Bréfritari: Þórarinn Stefánsson
Dagsetning: A-1918-09-28
Skrifað á: Vesturheimi

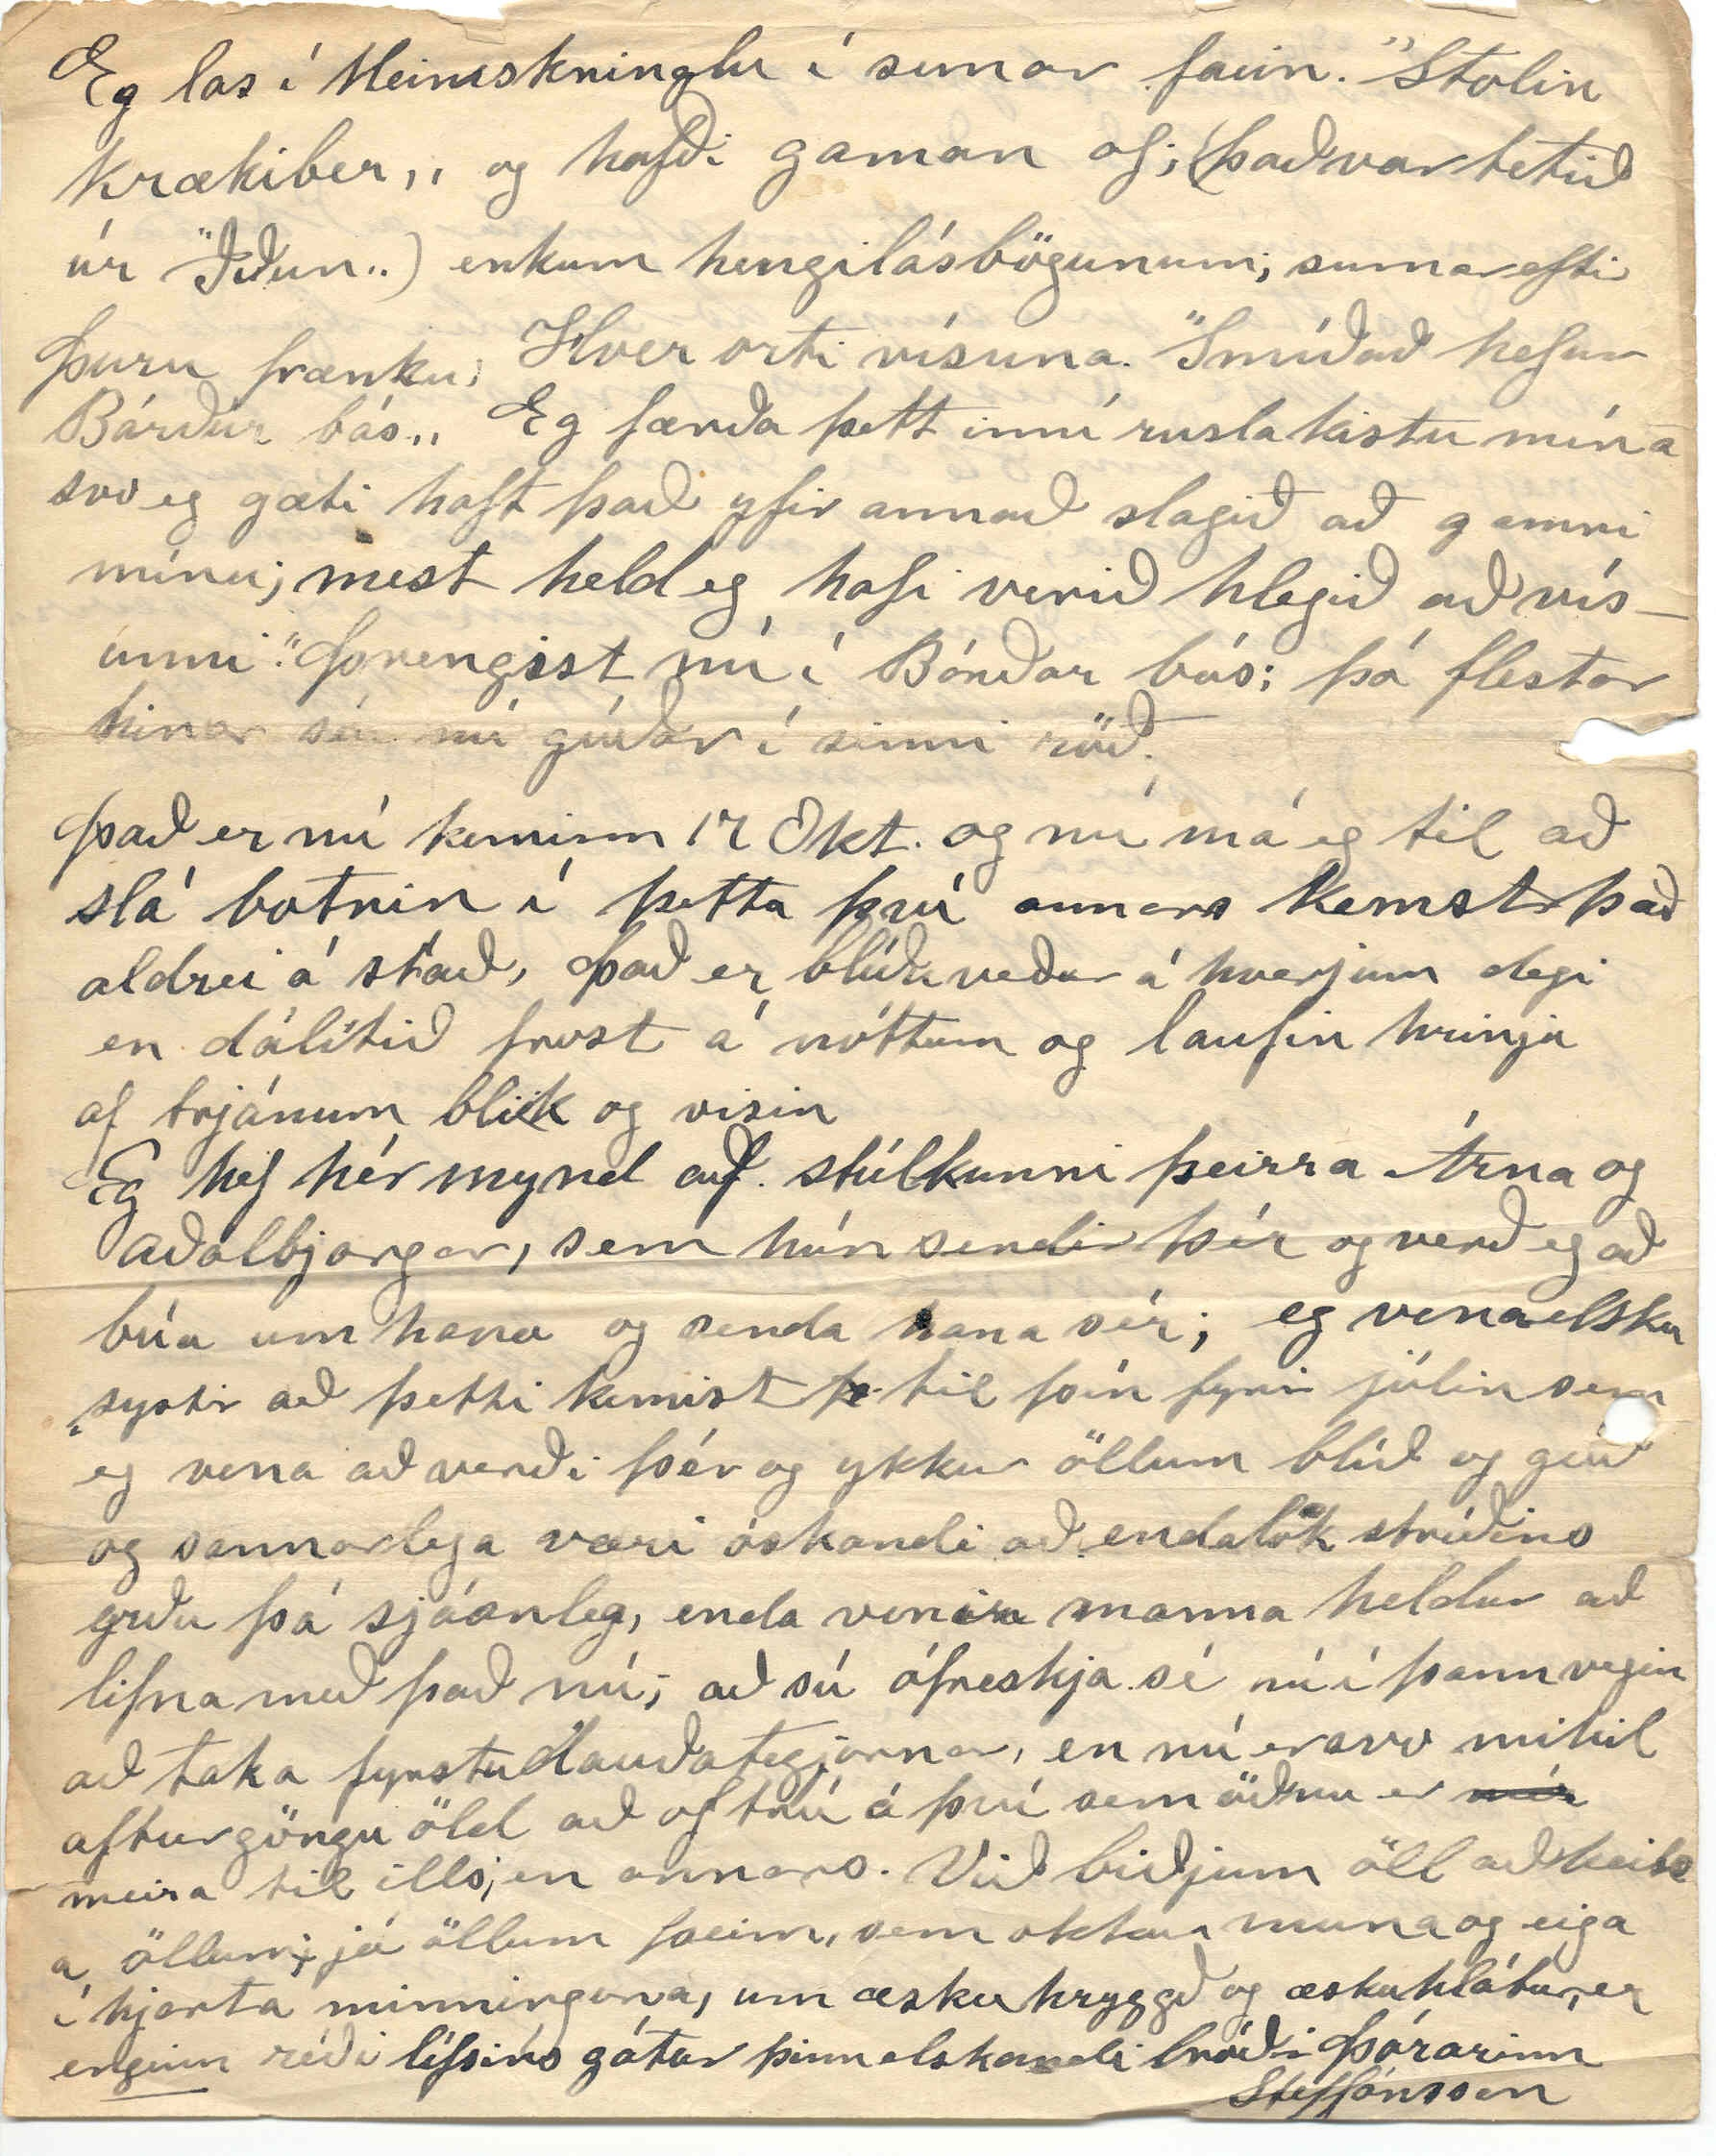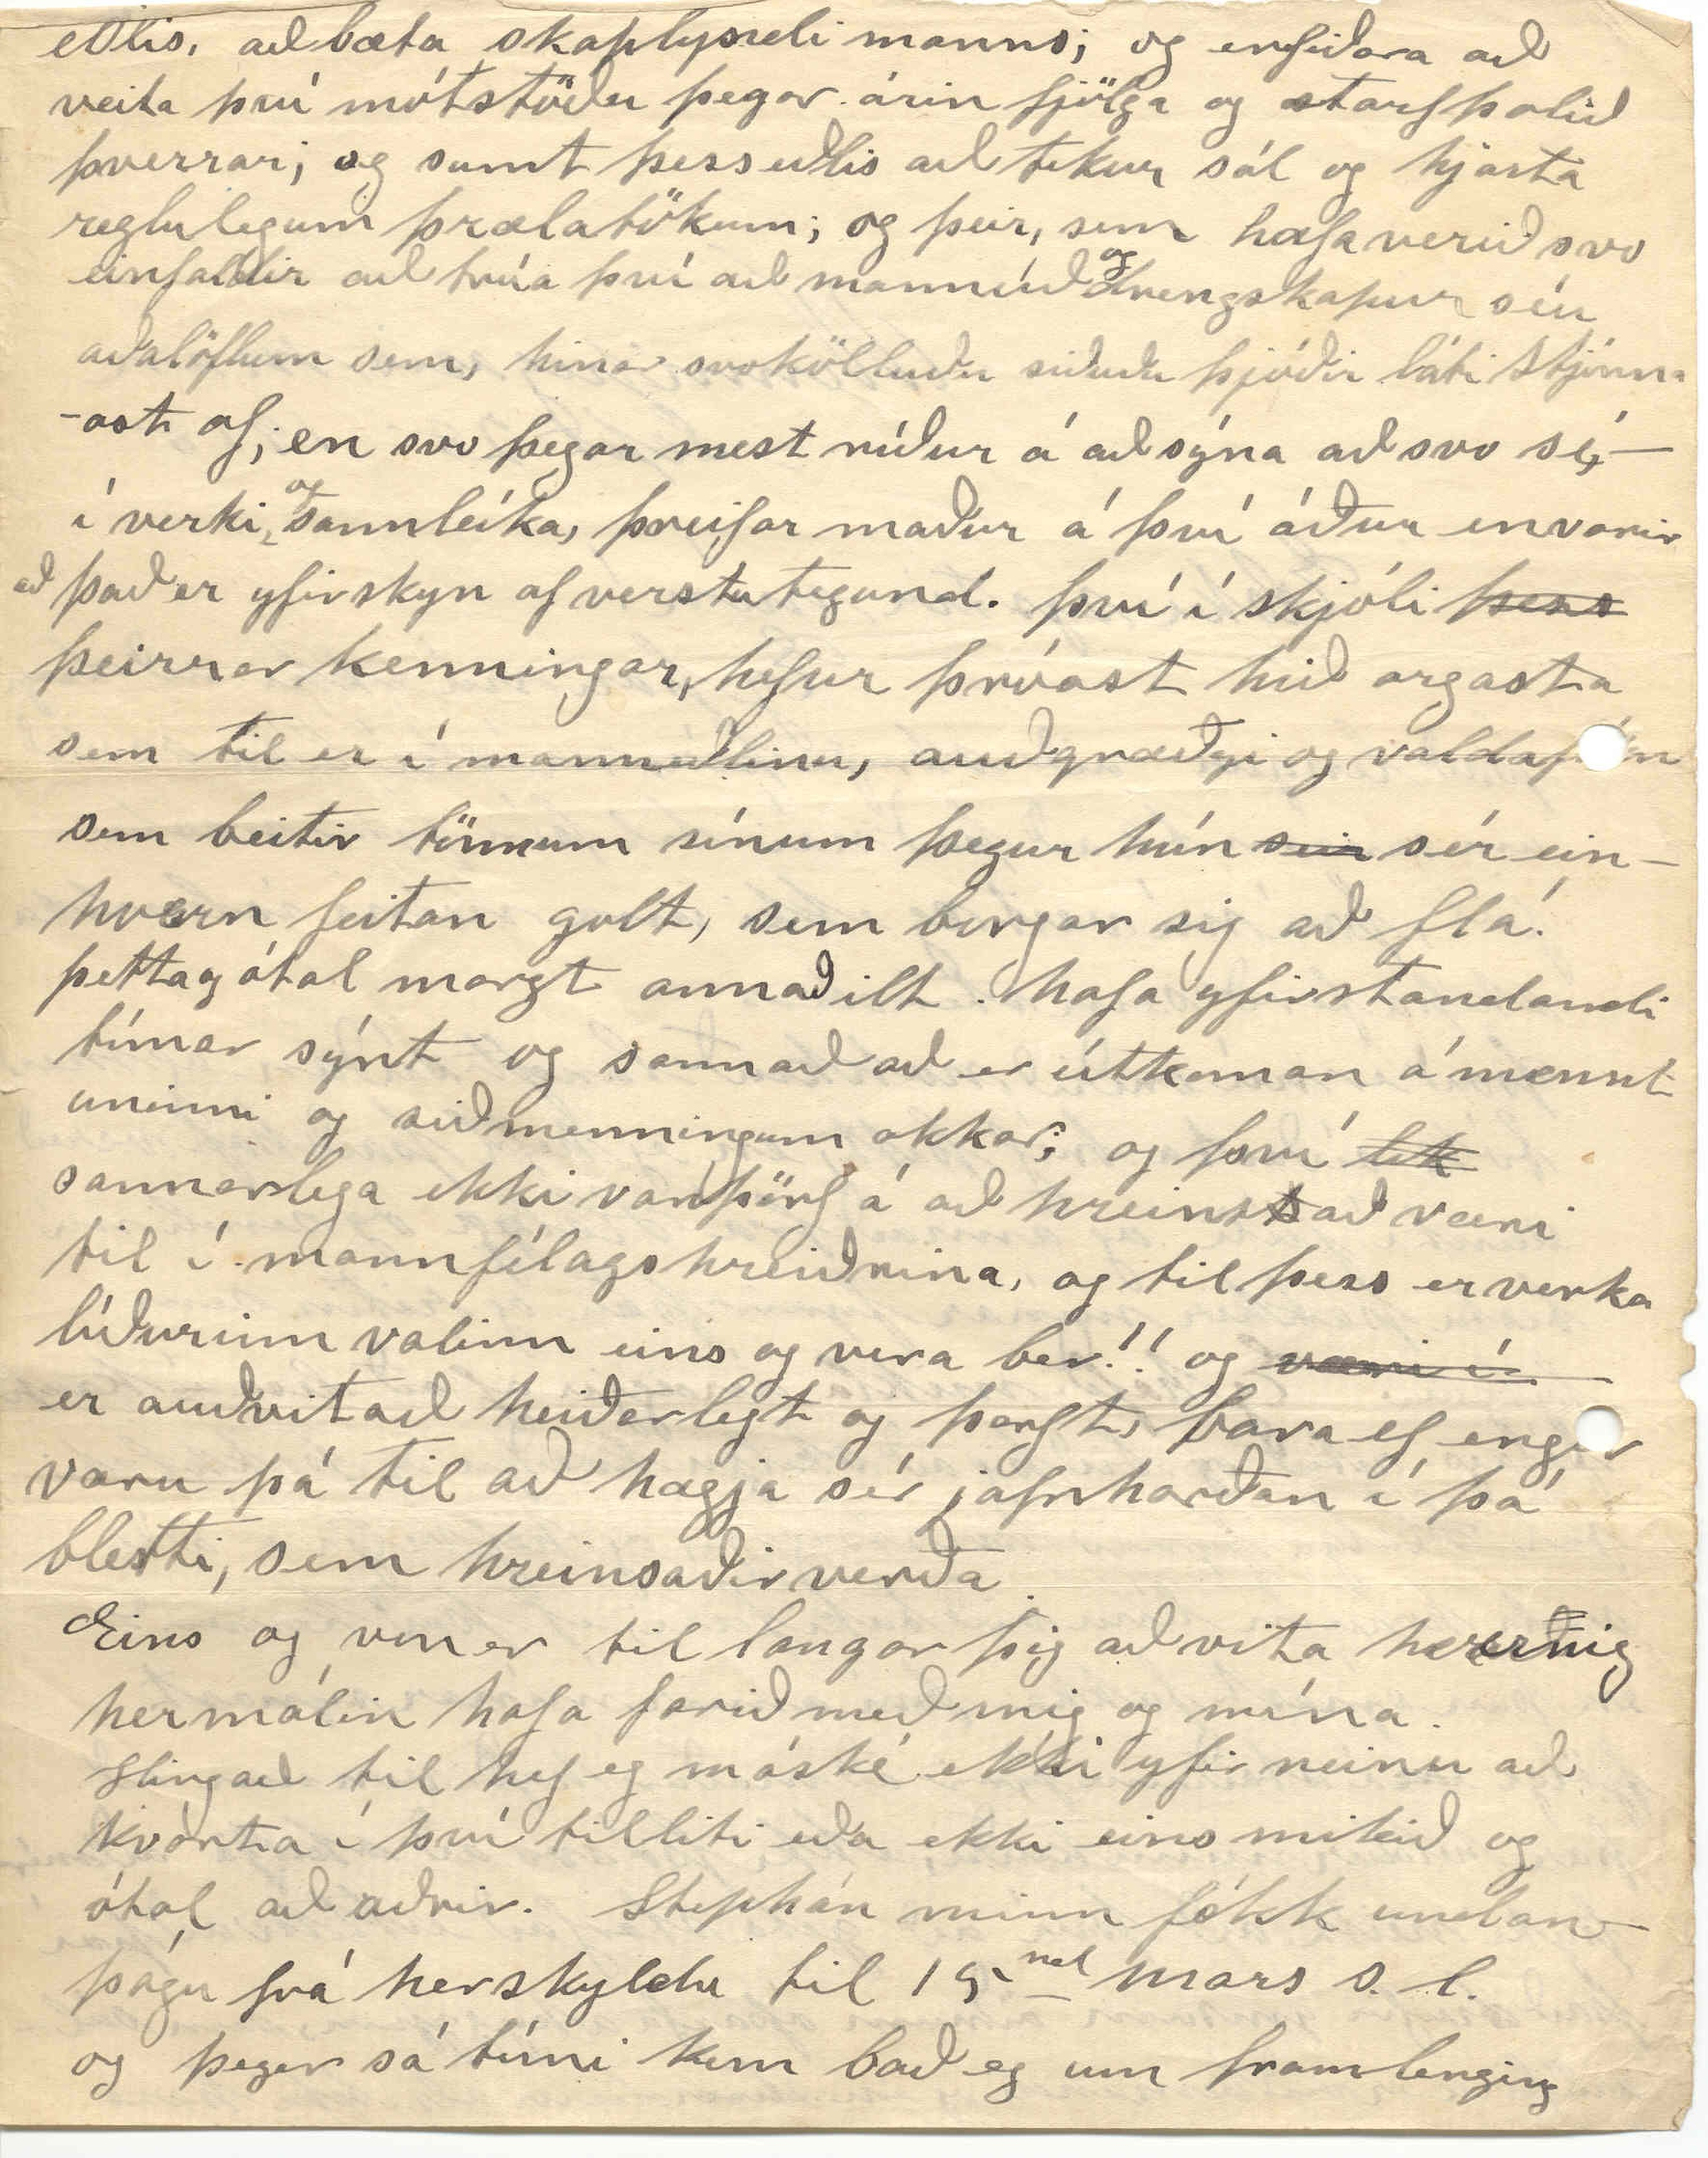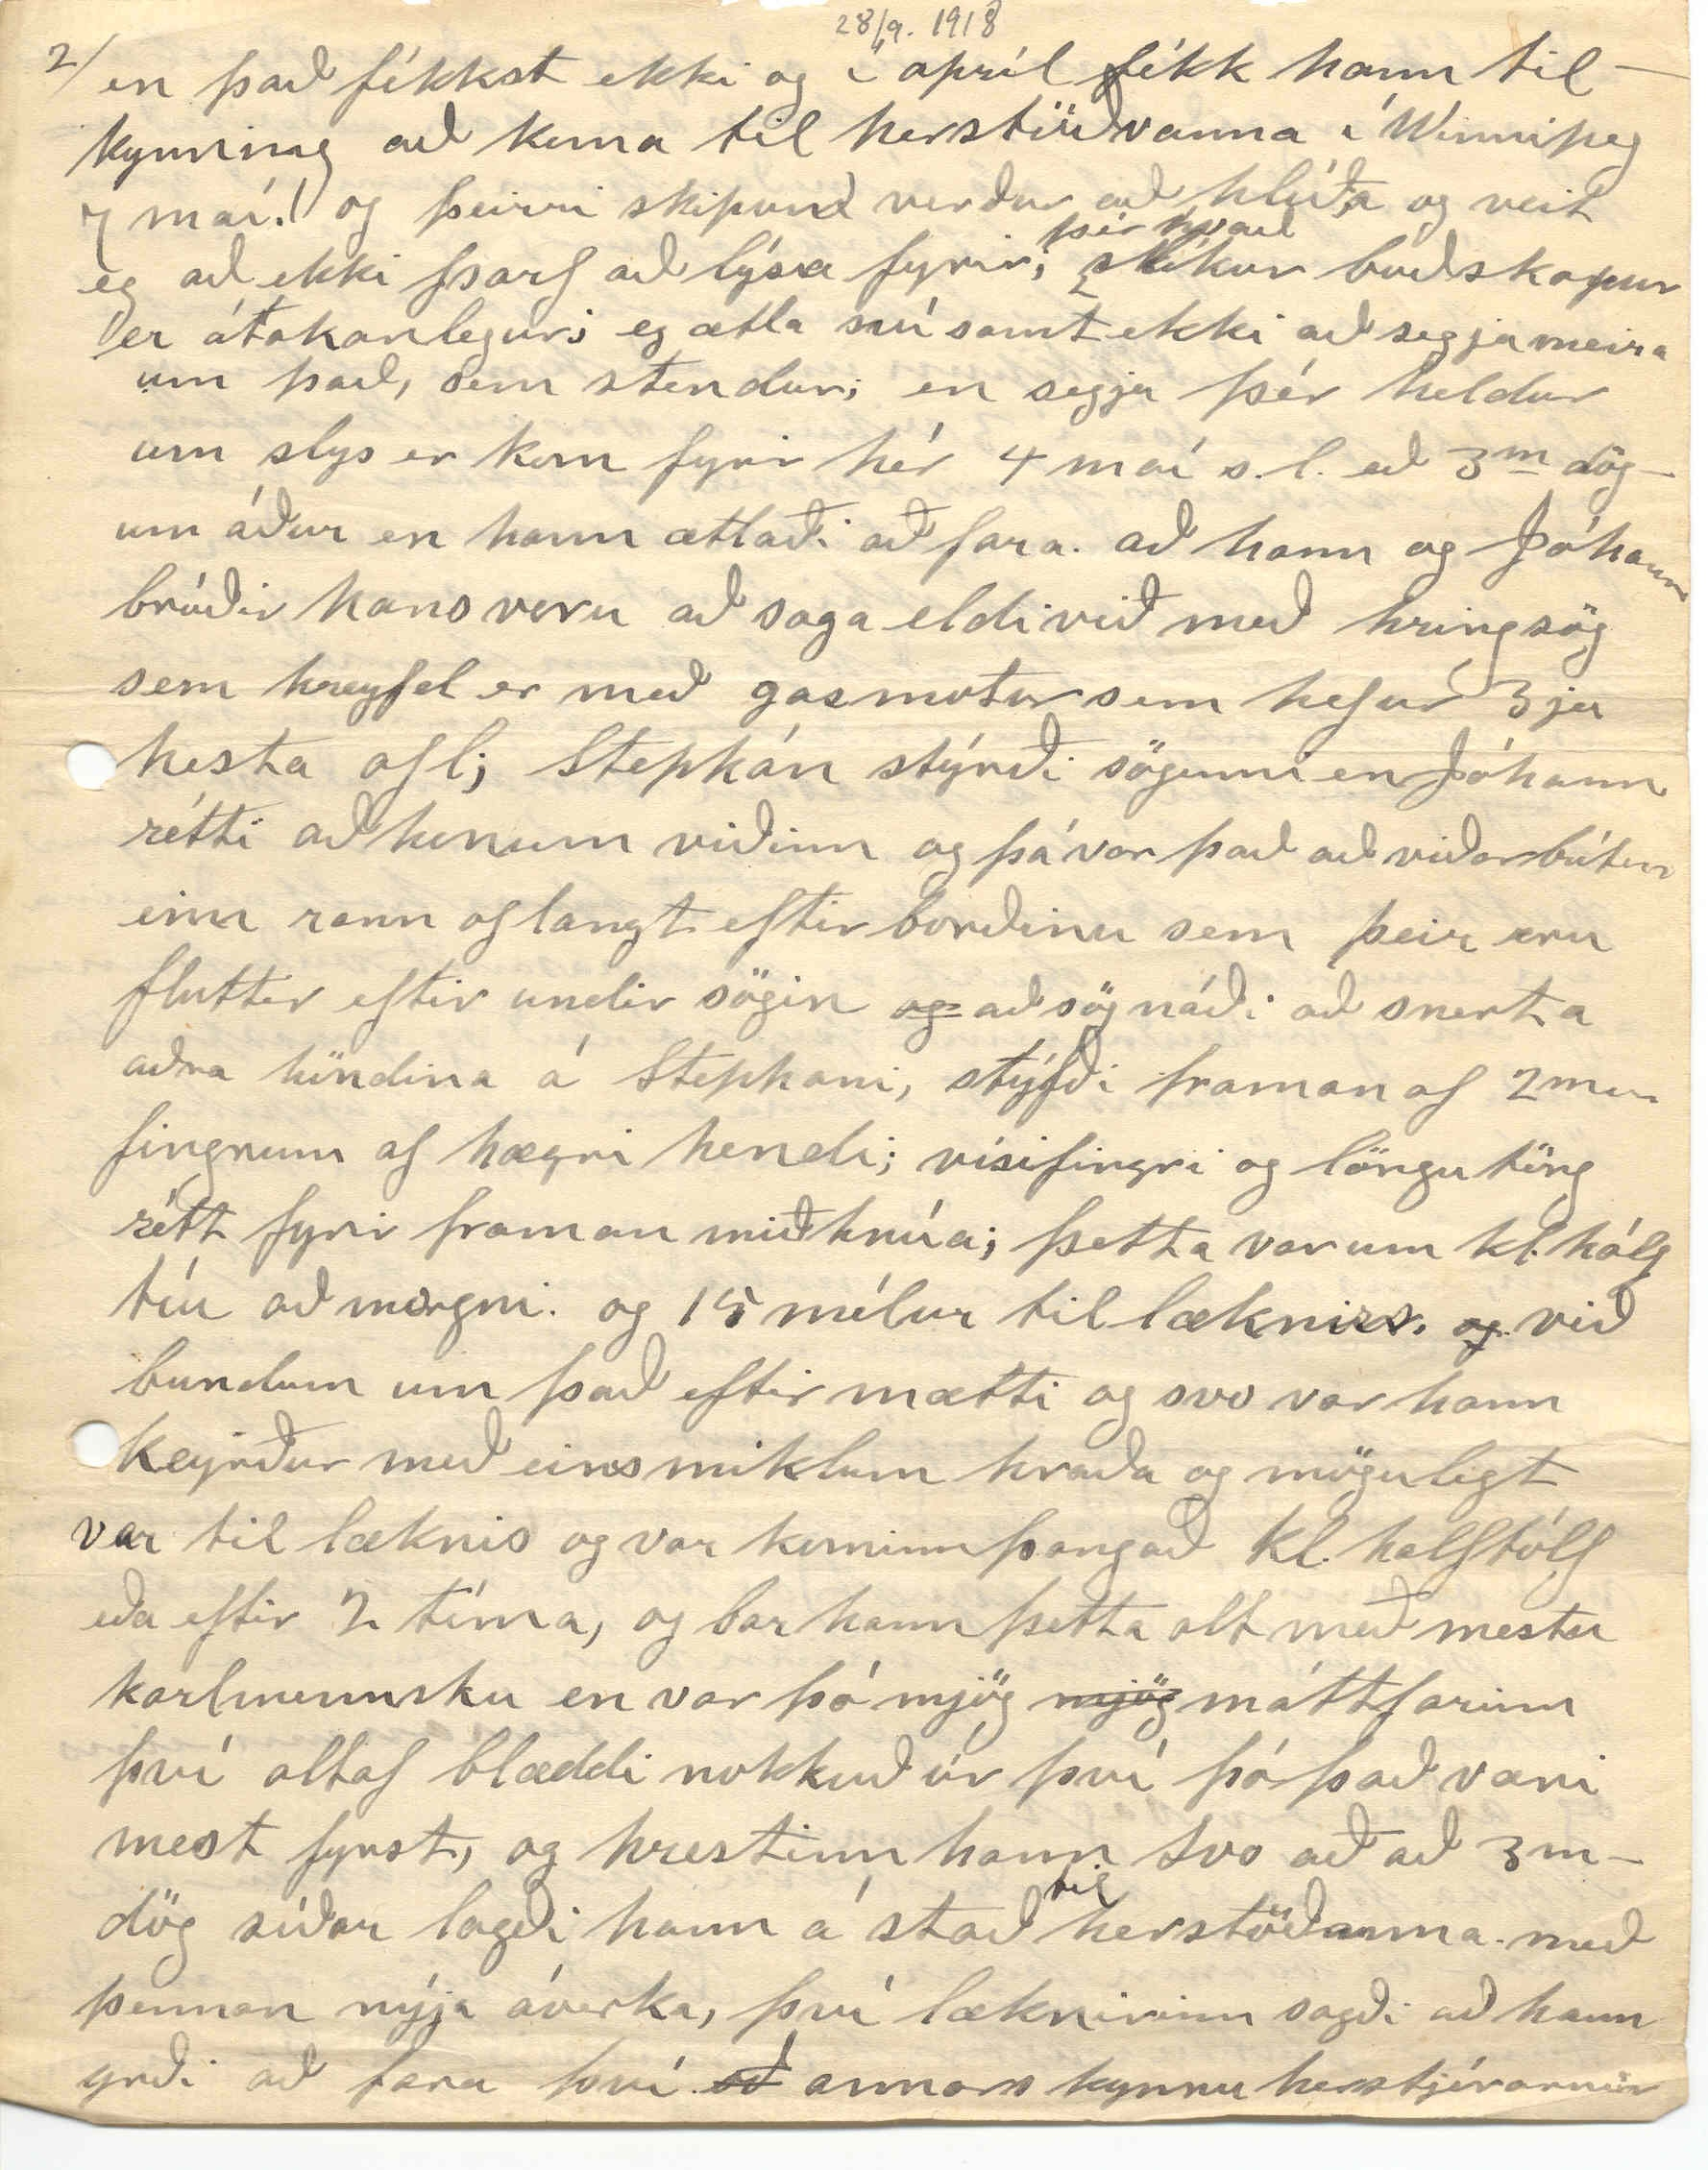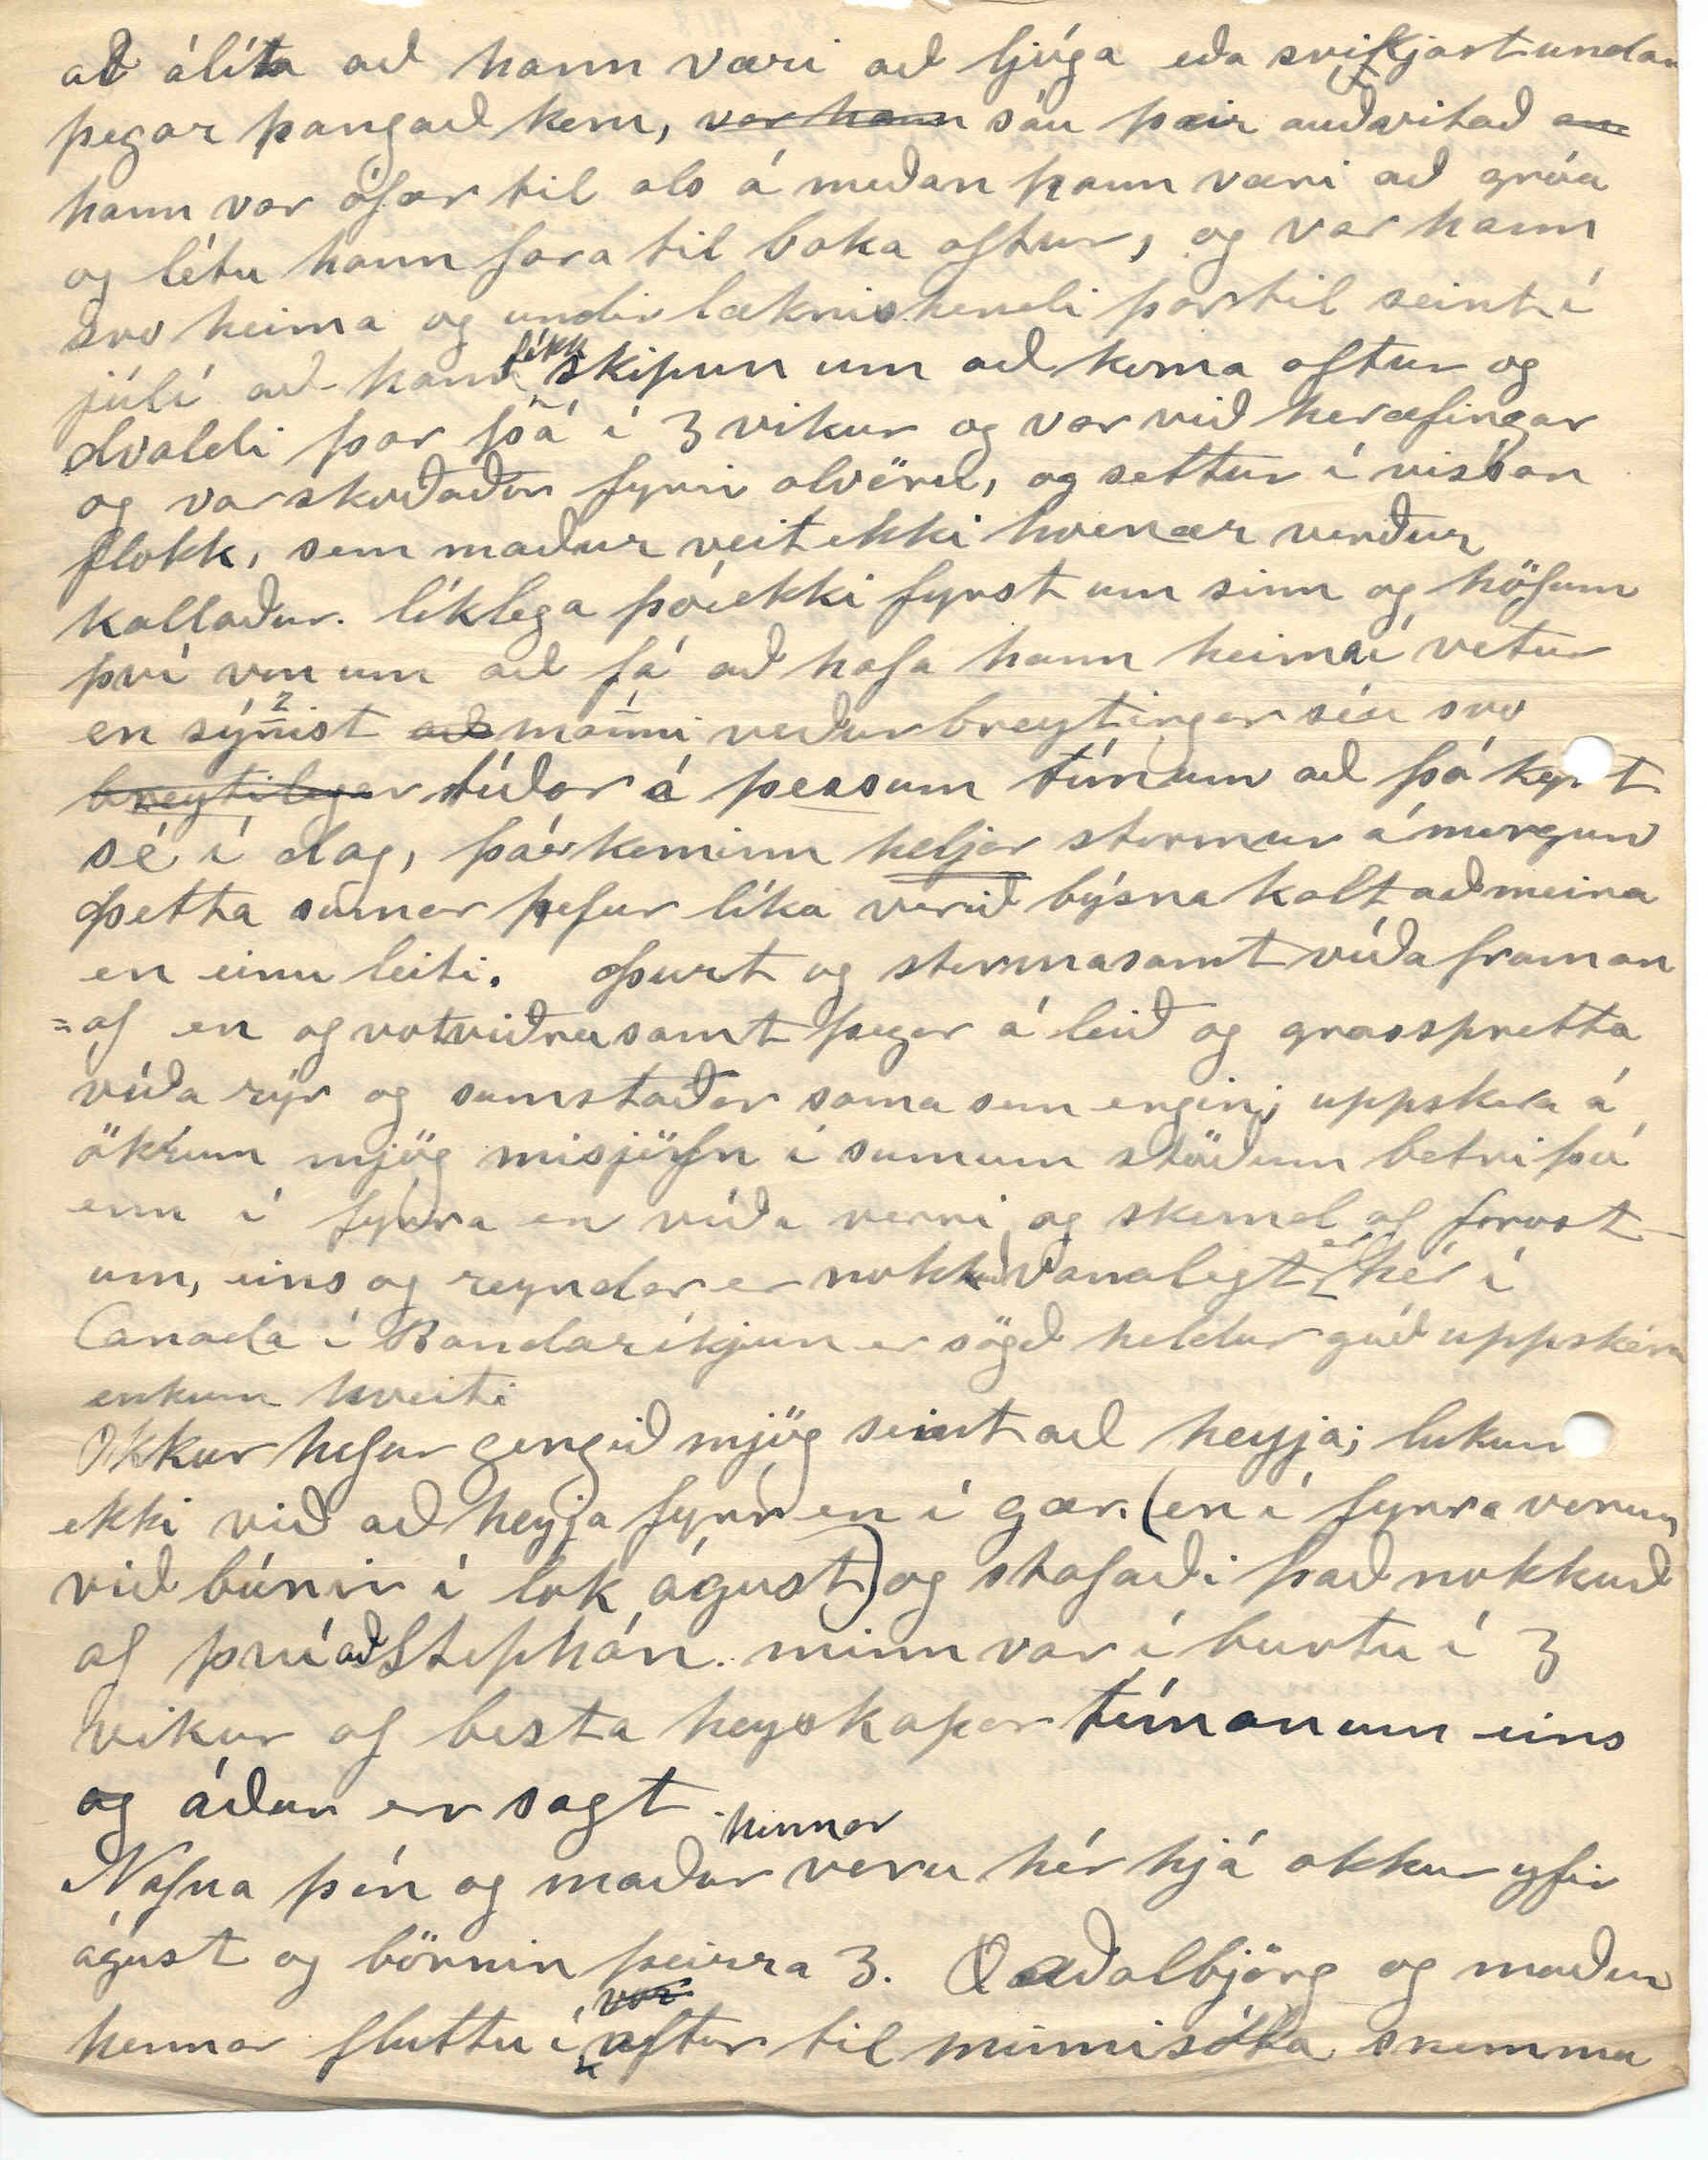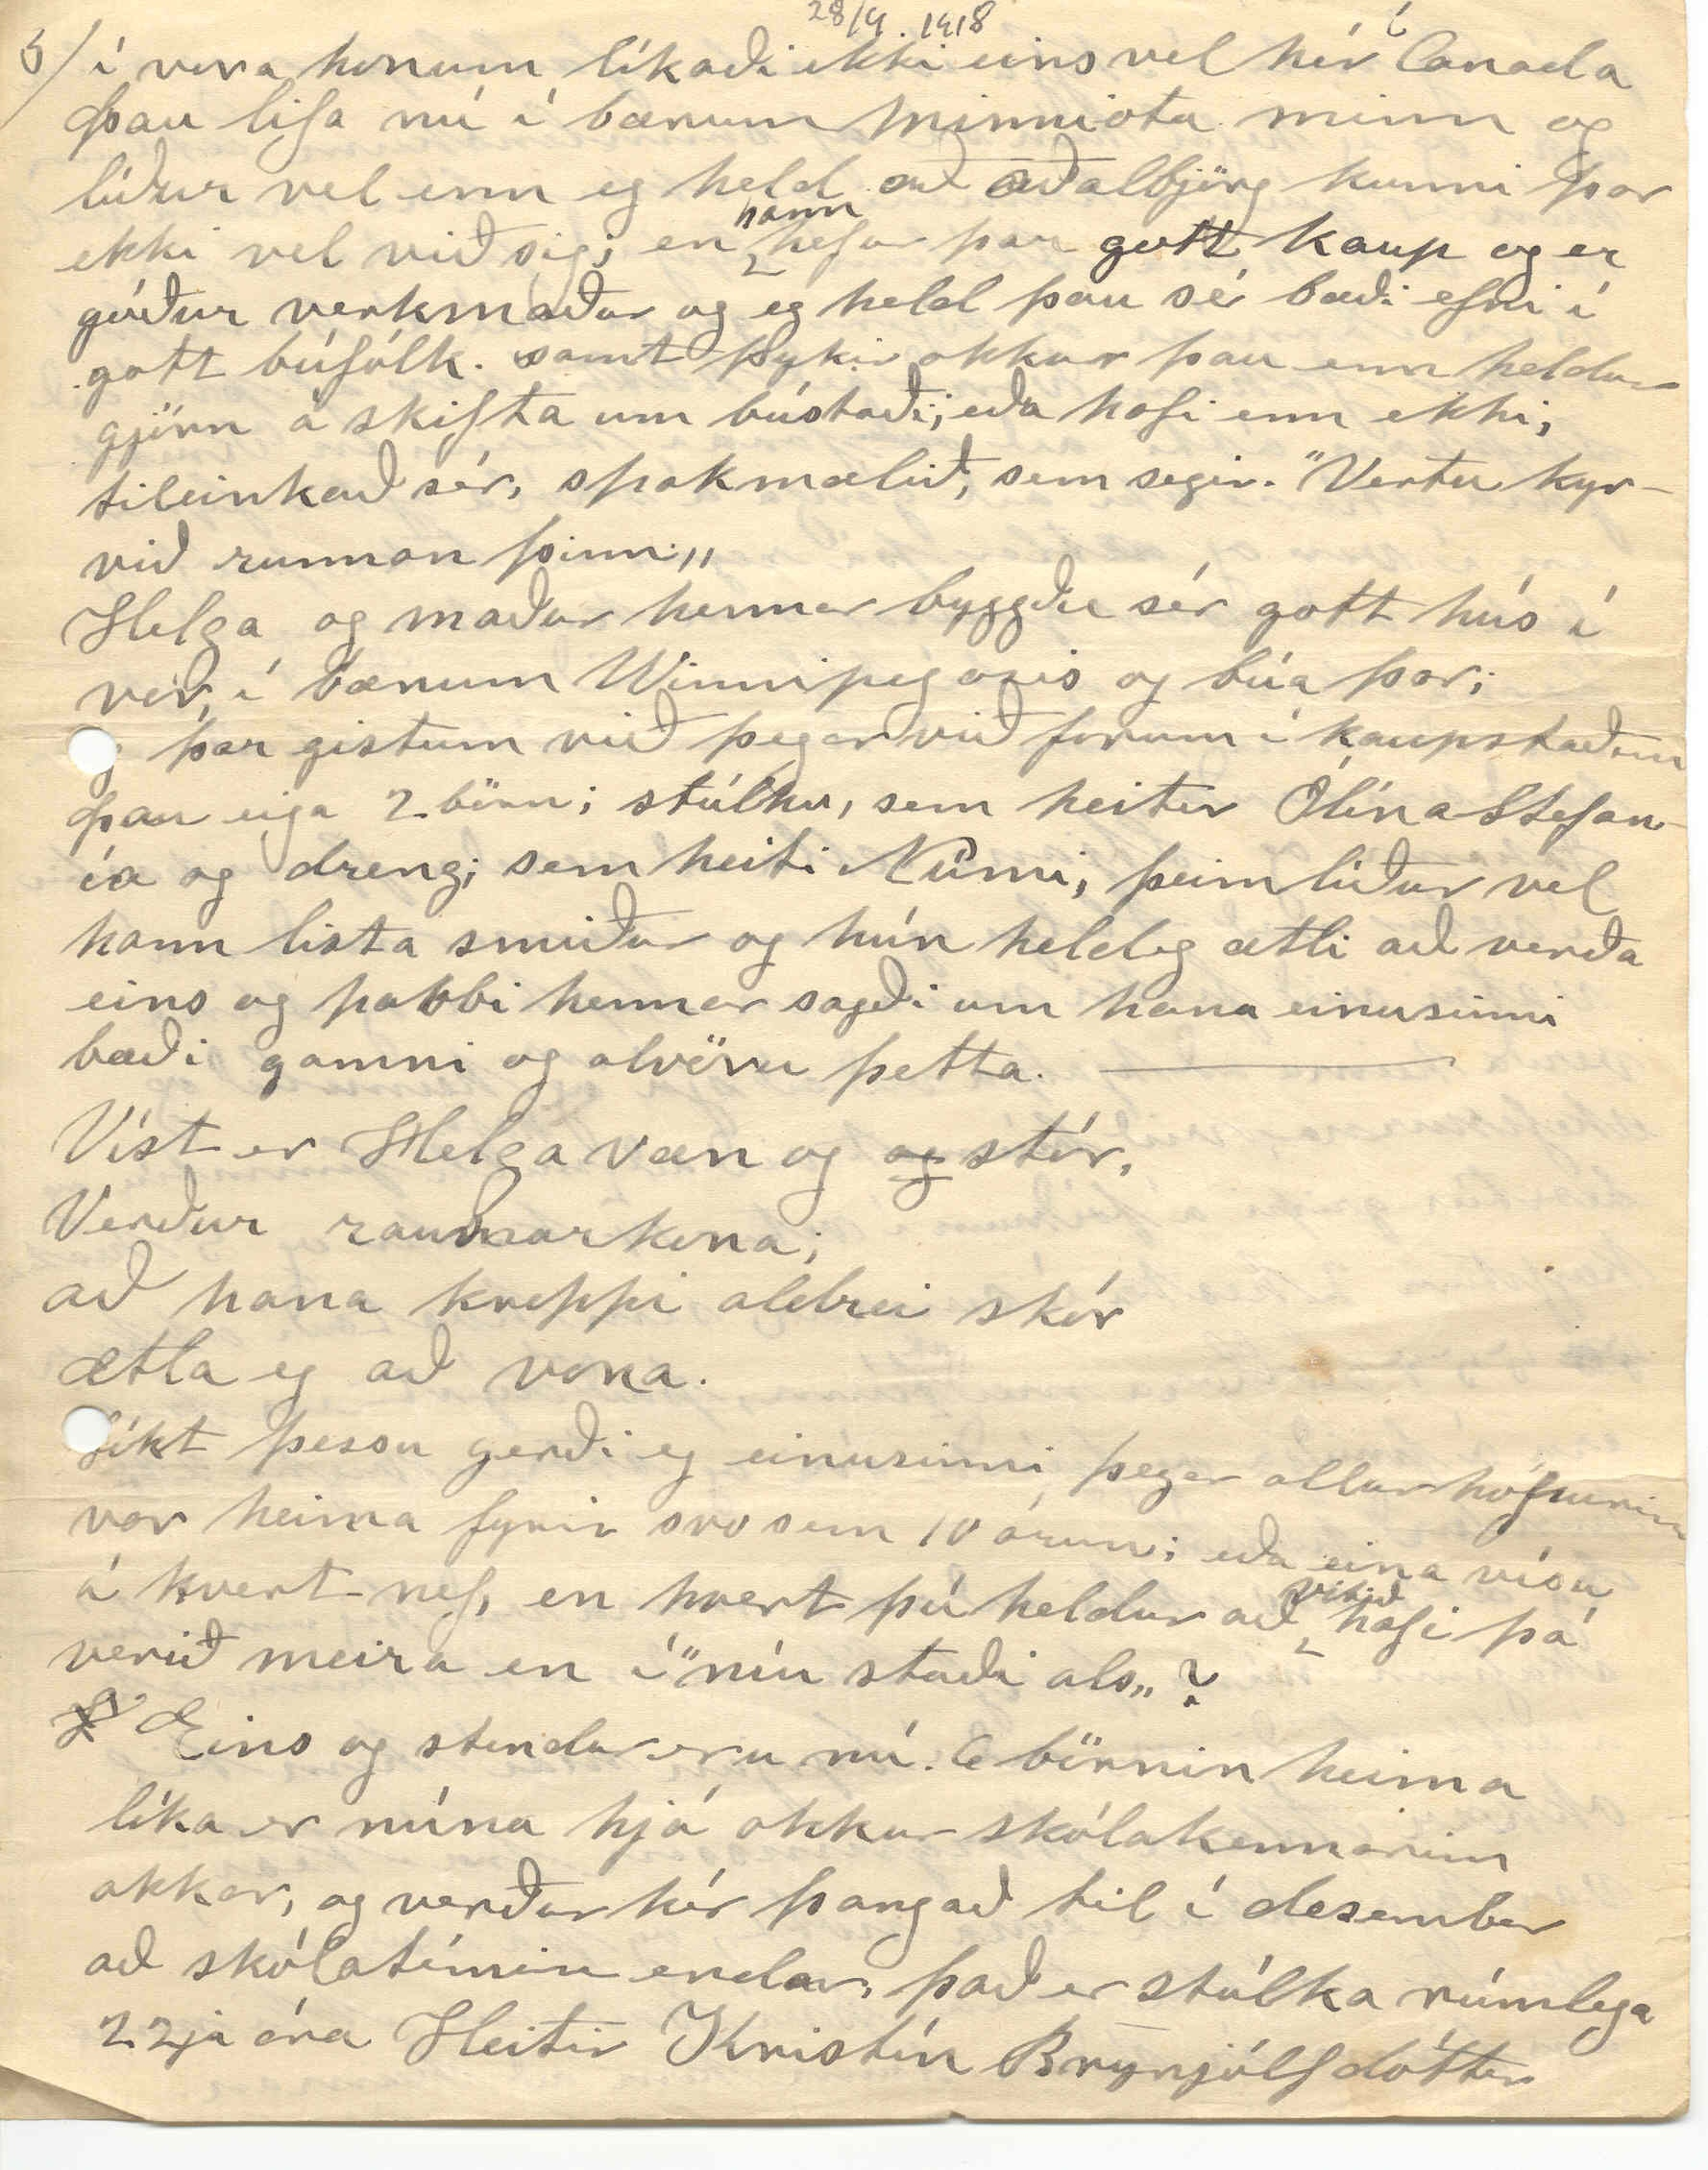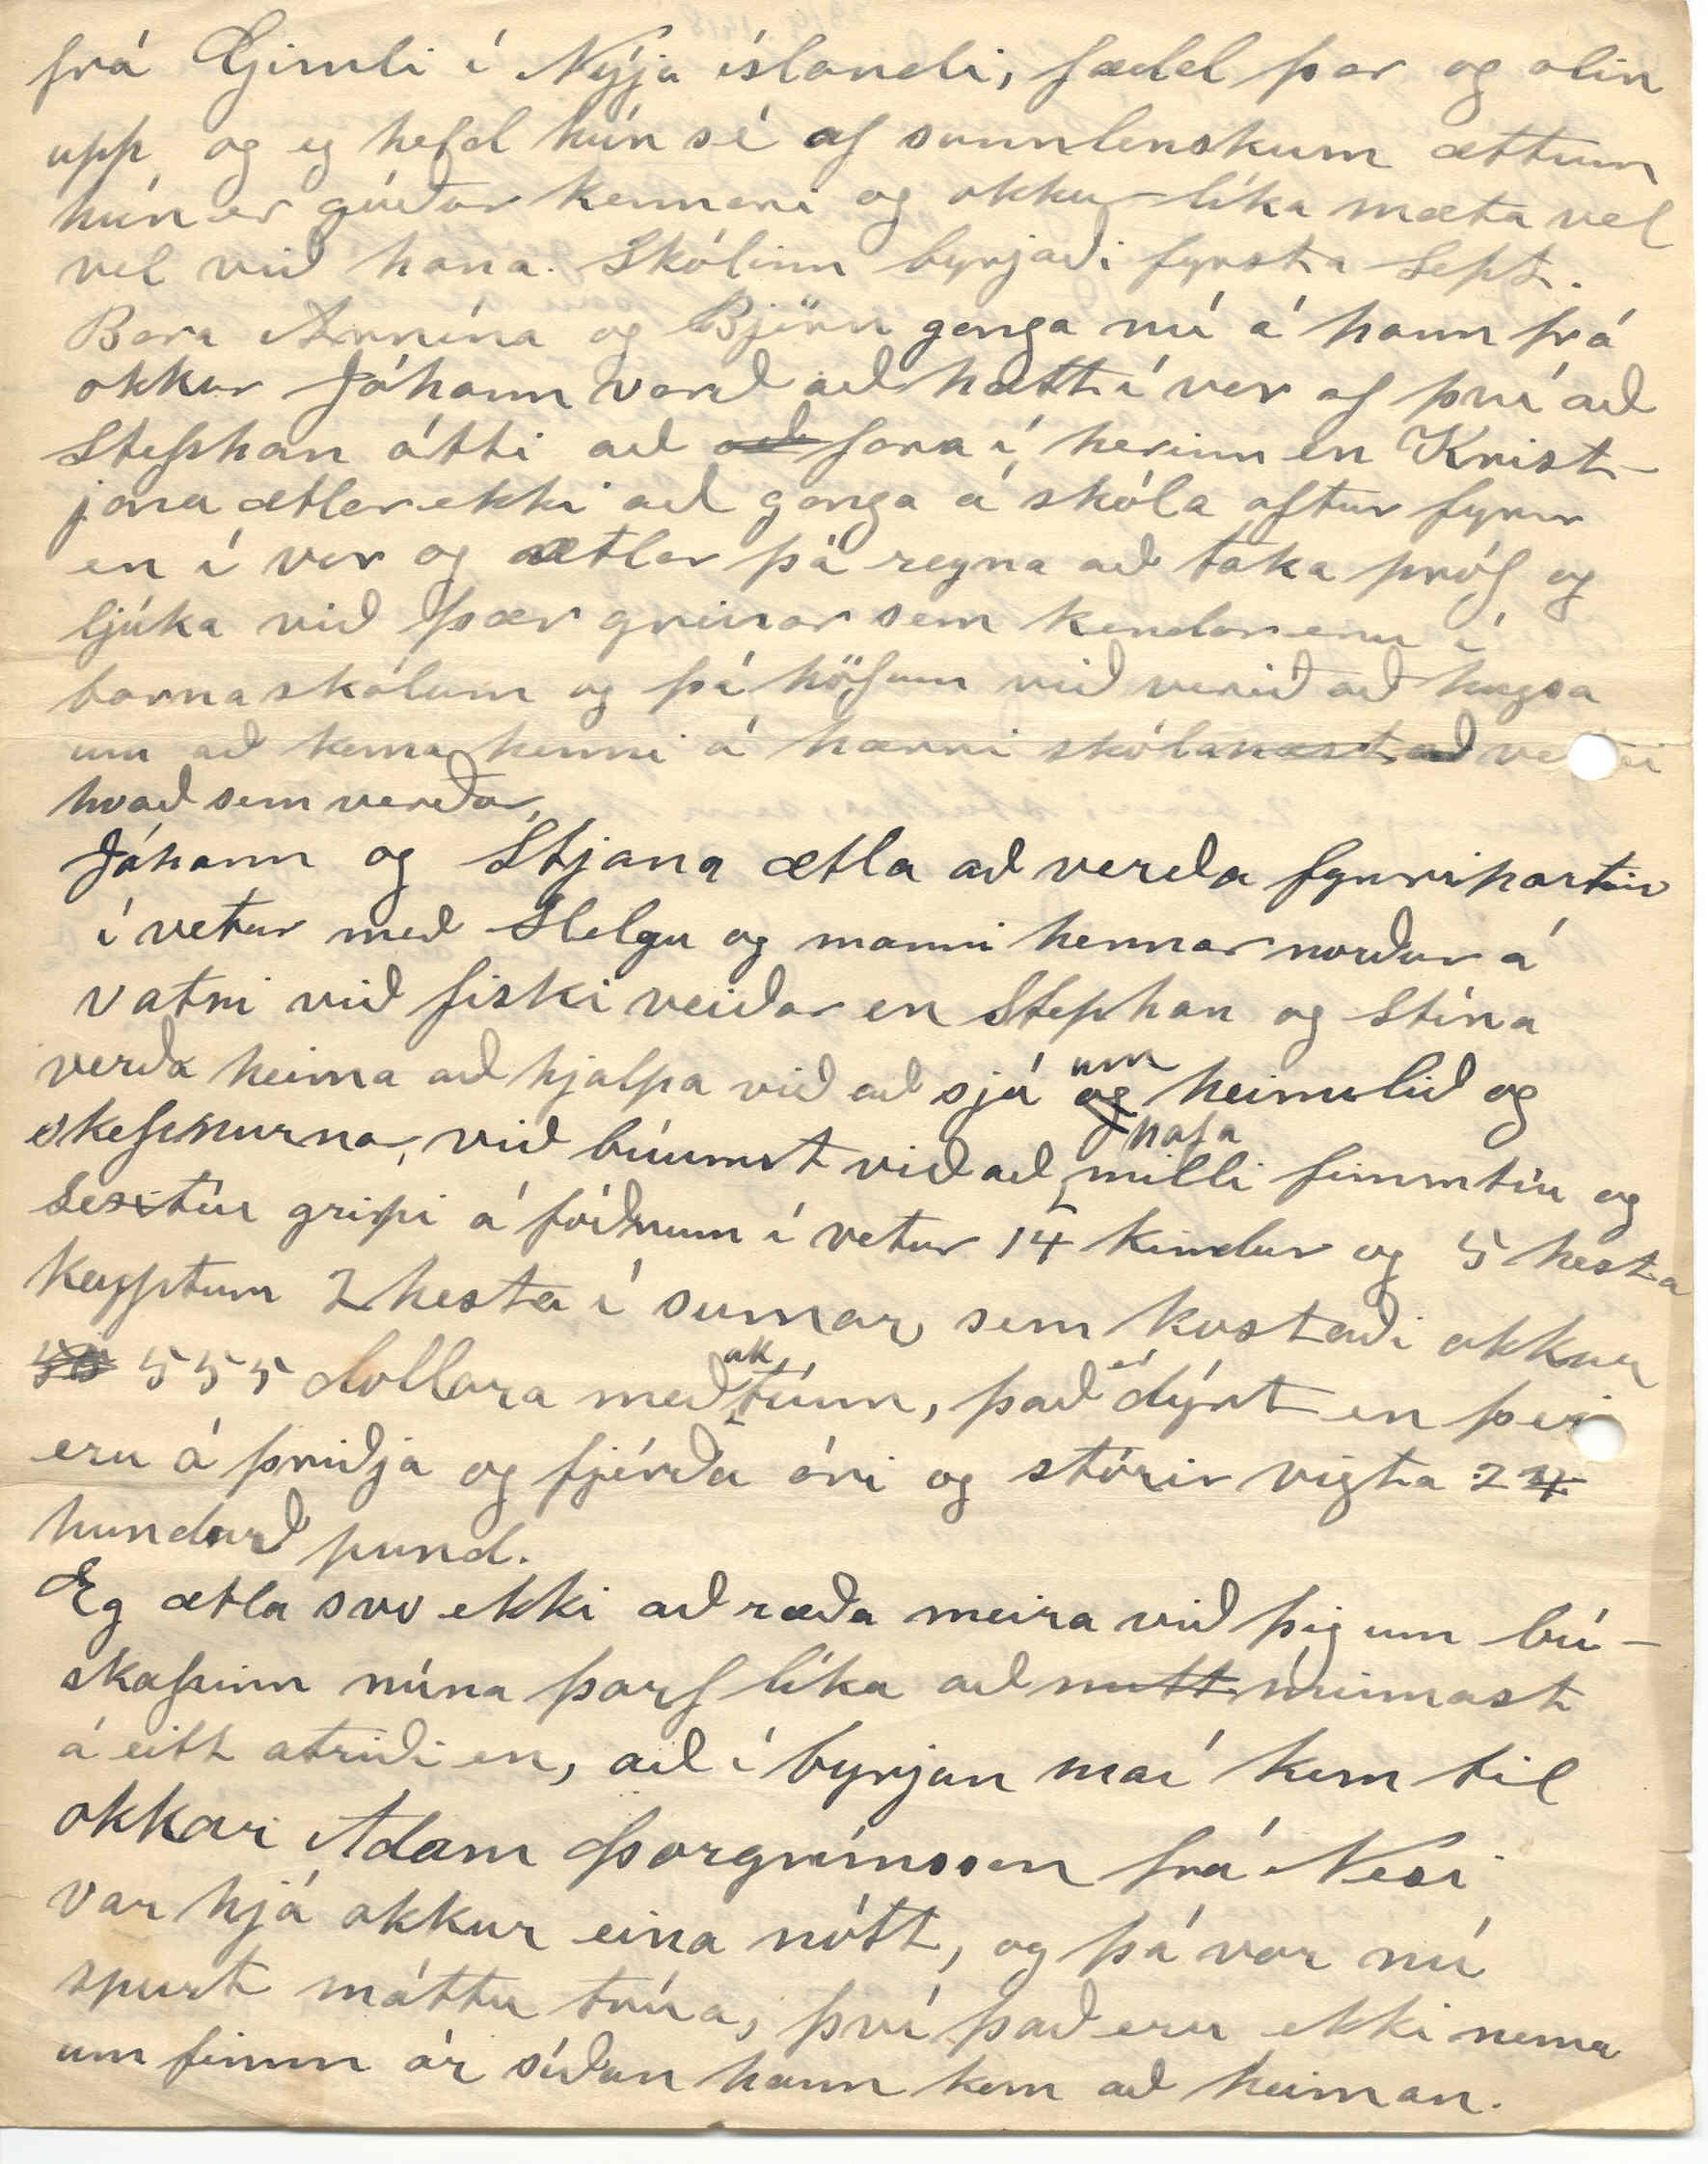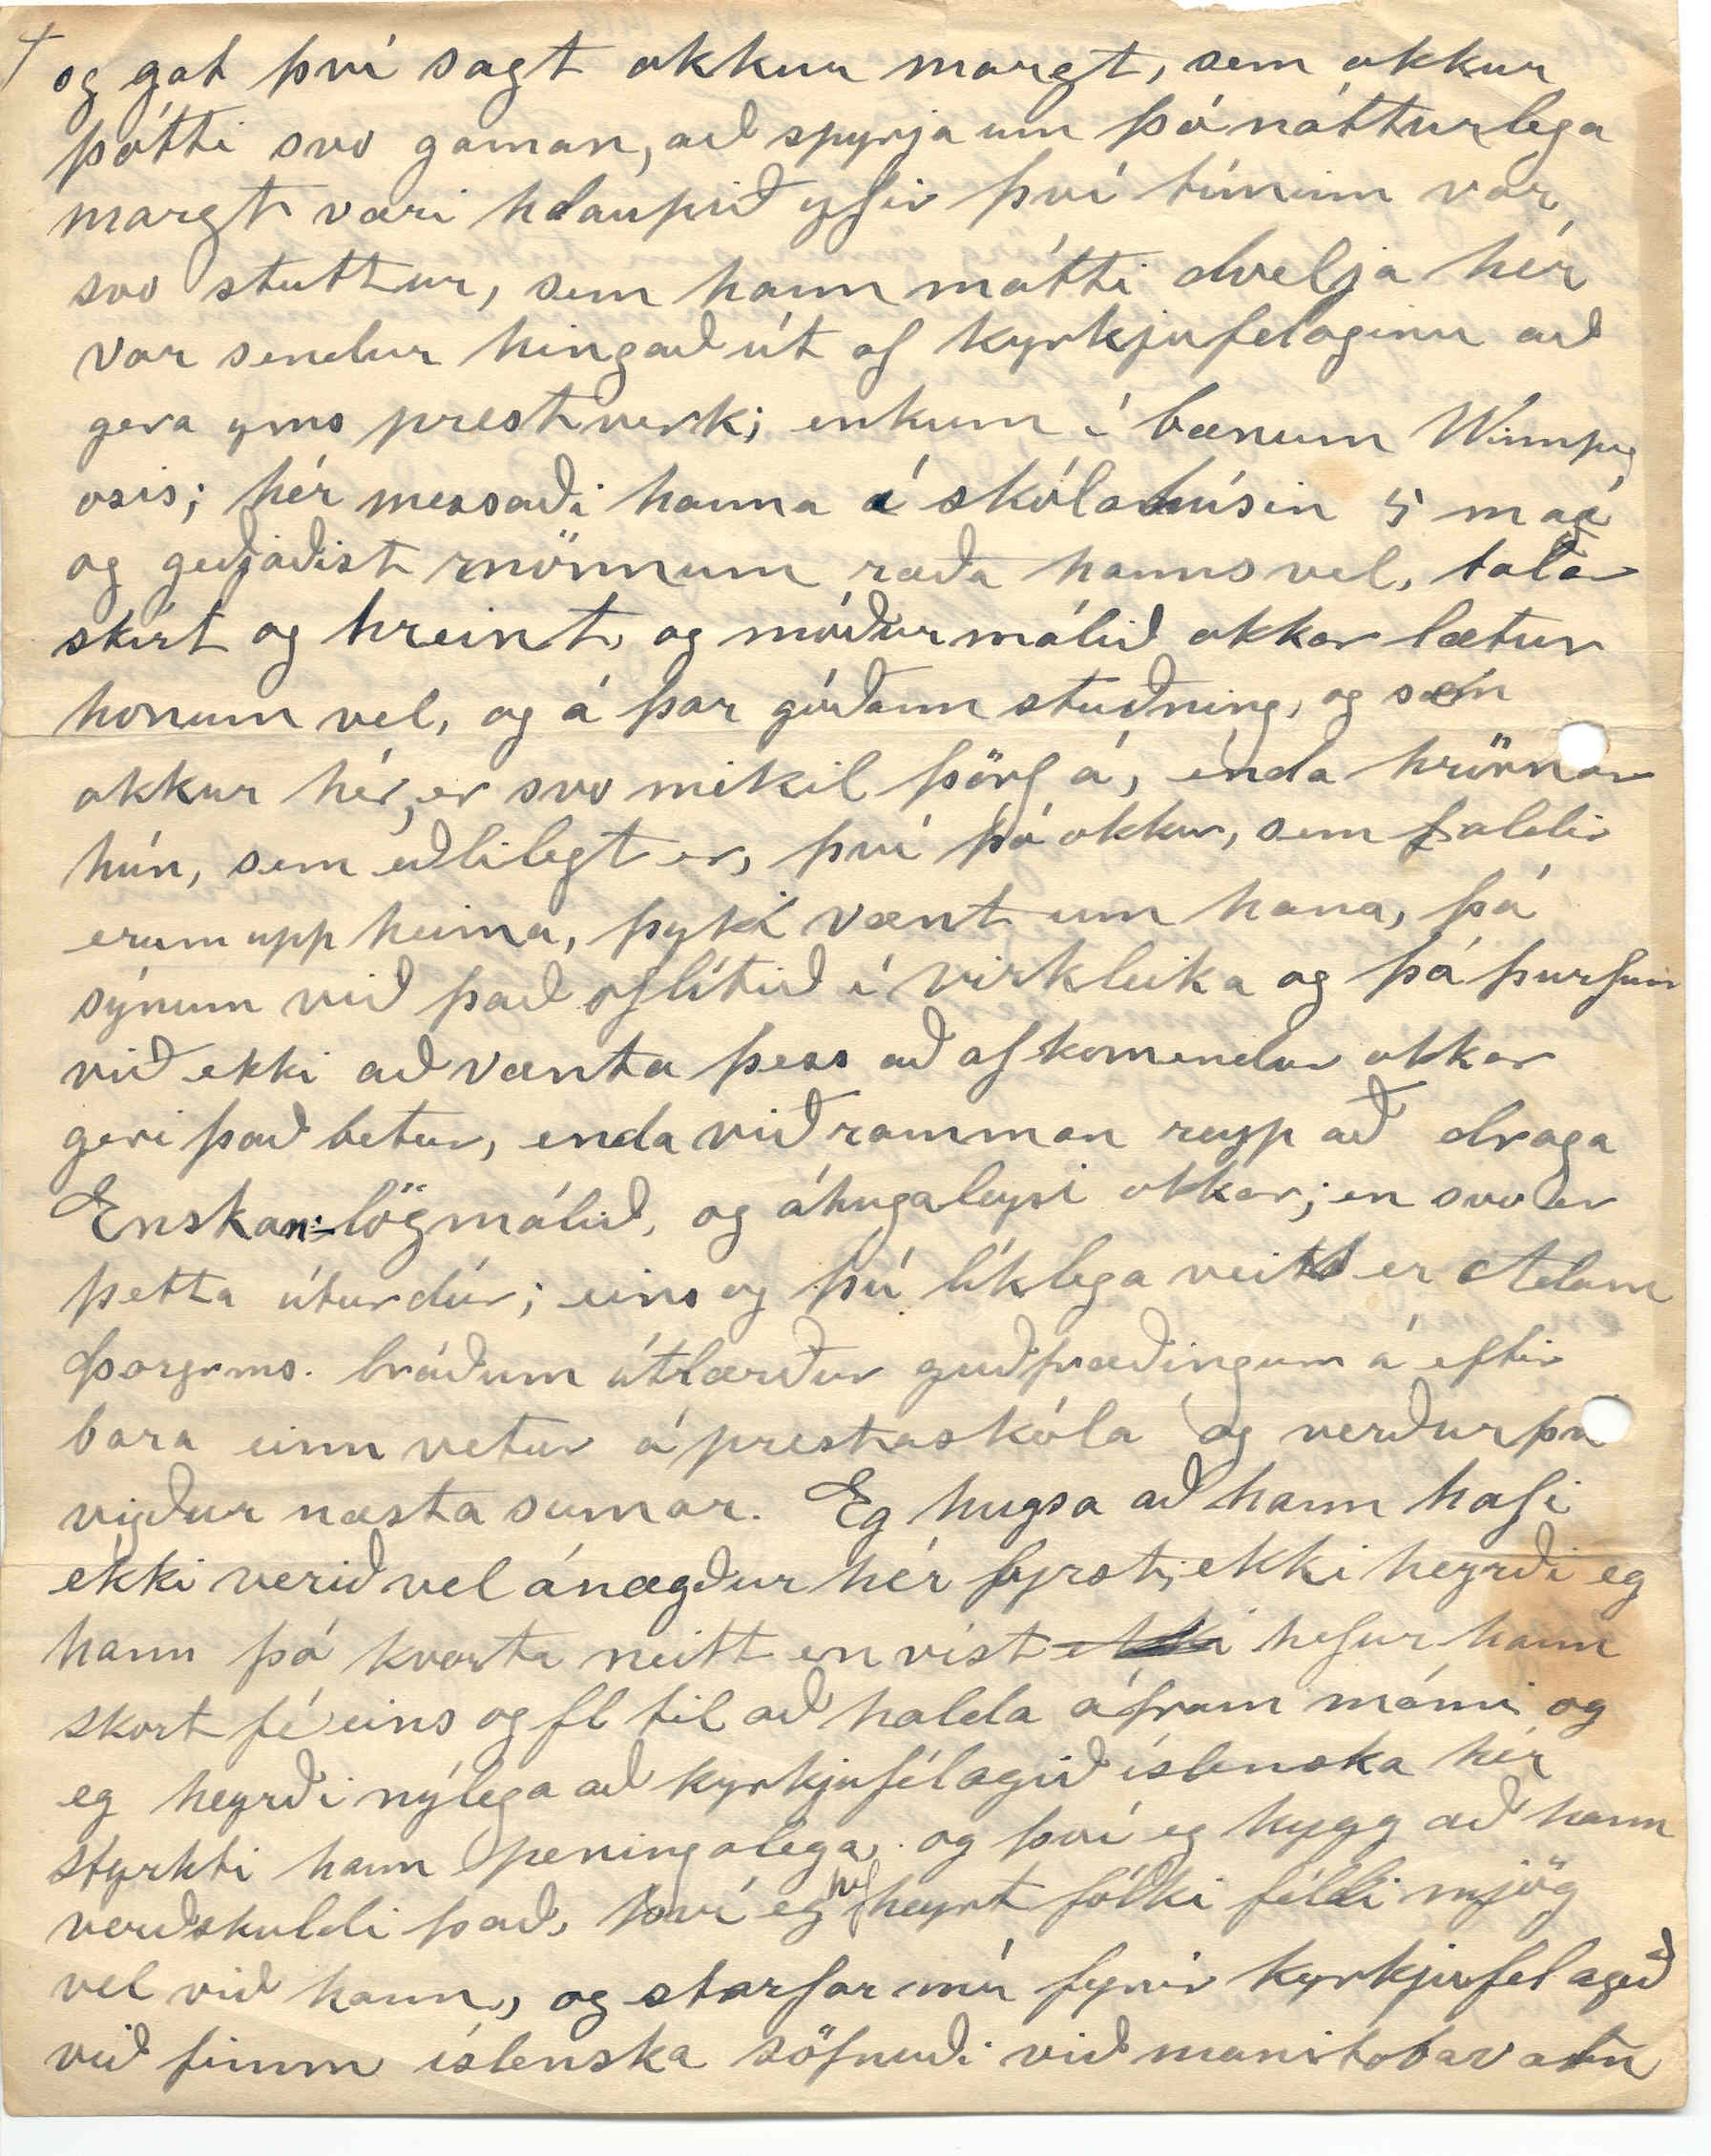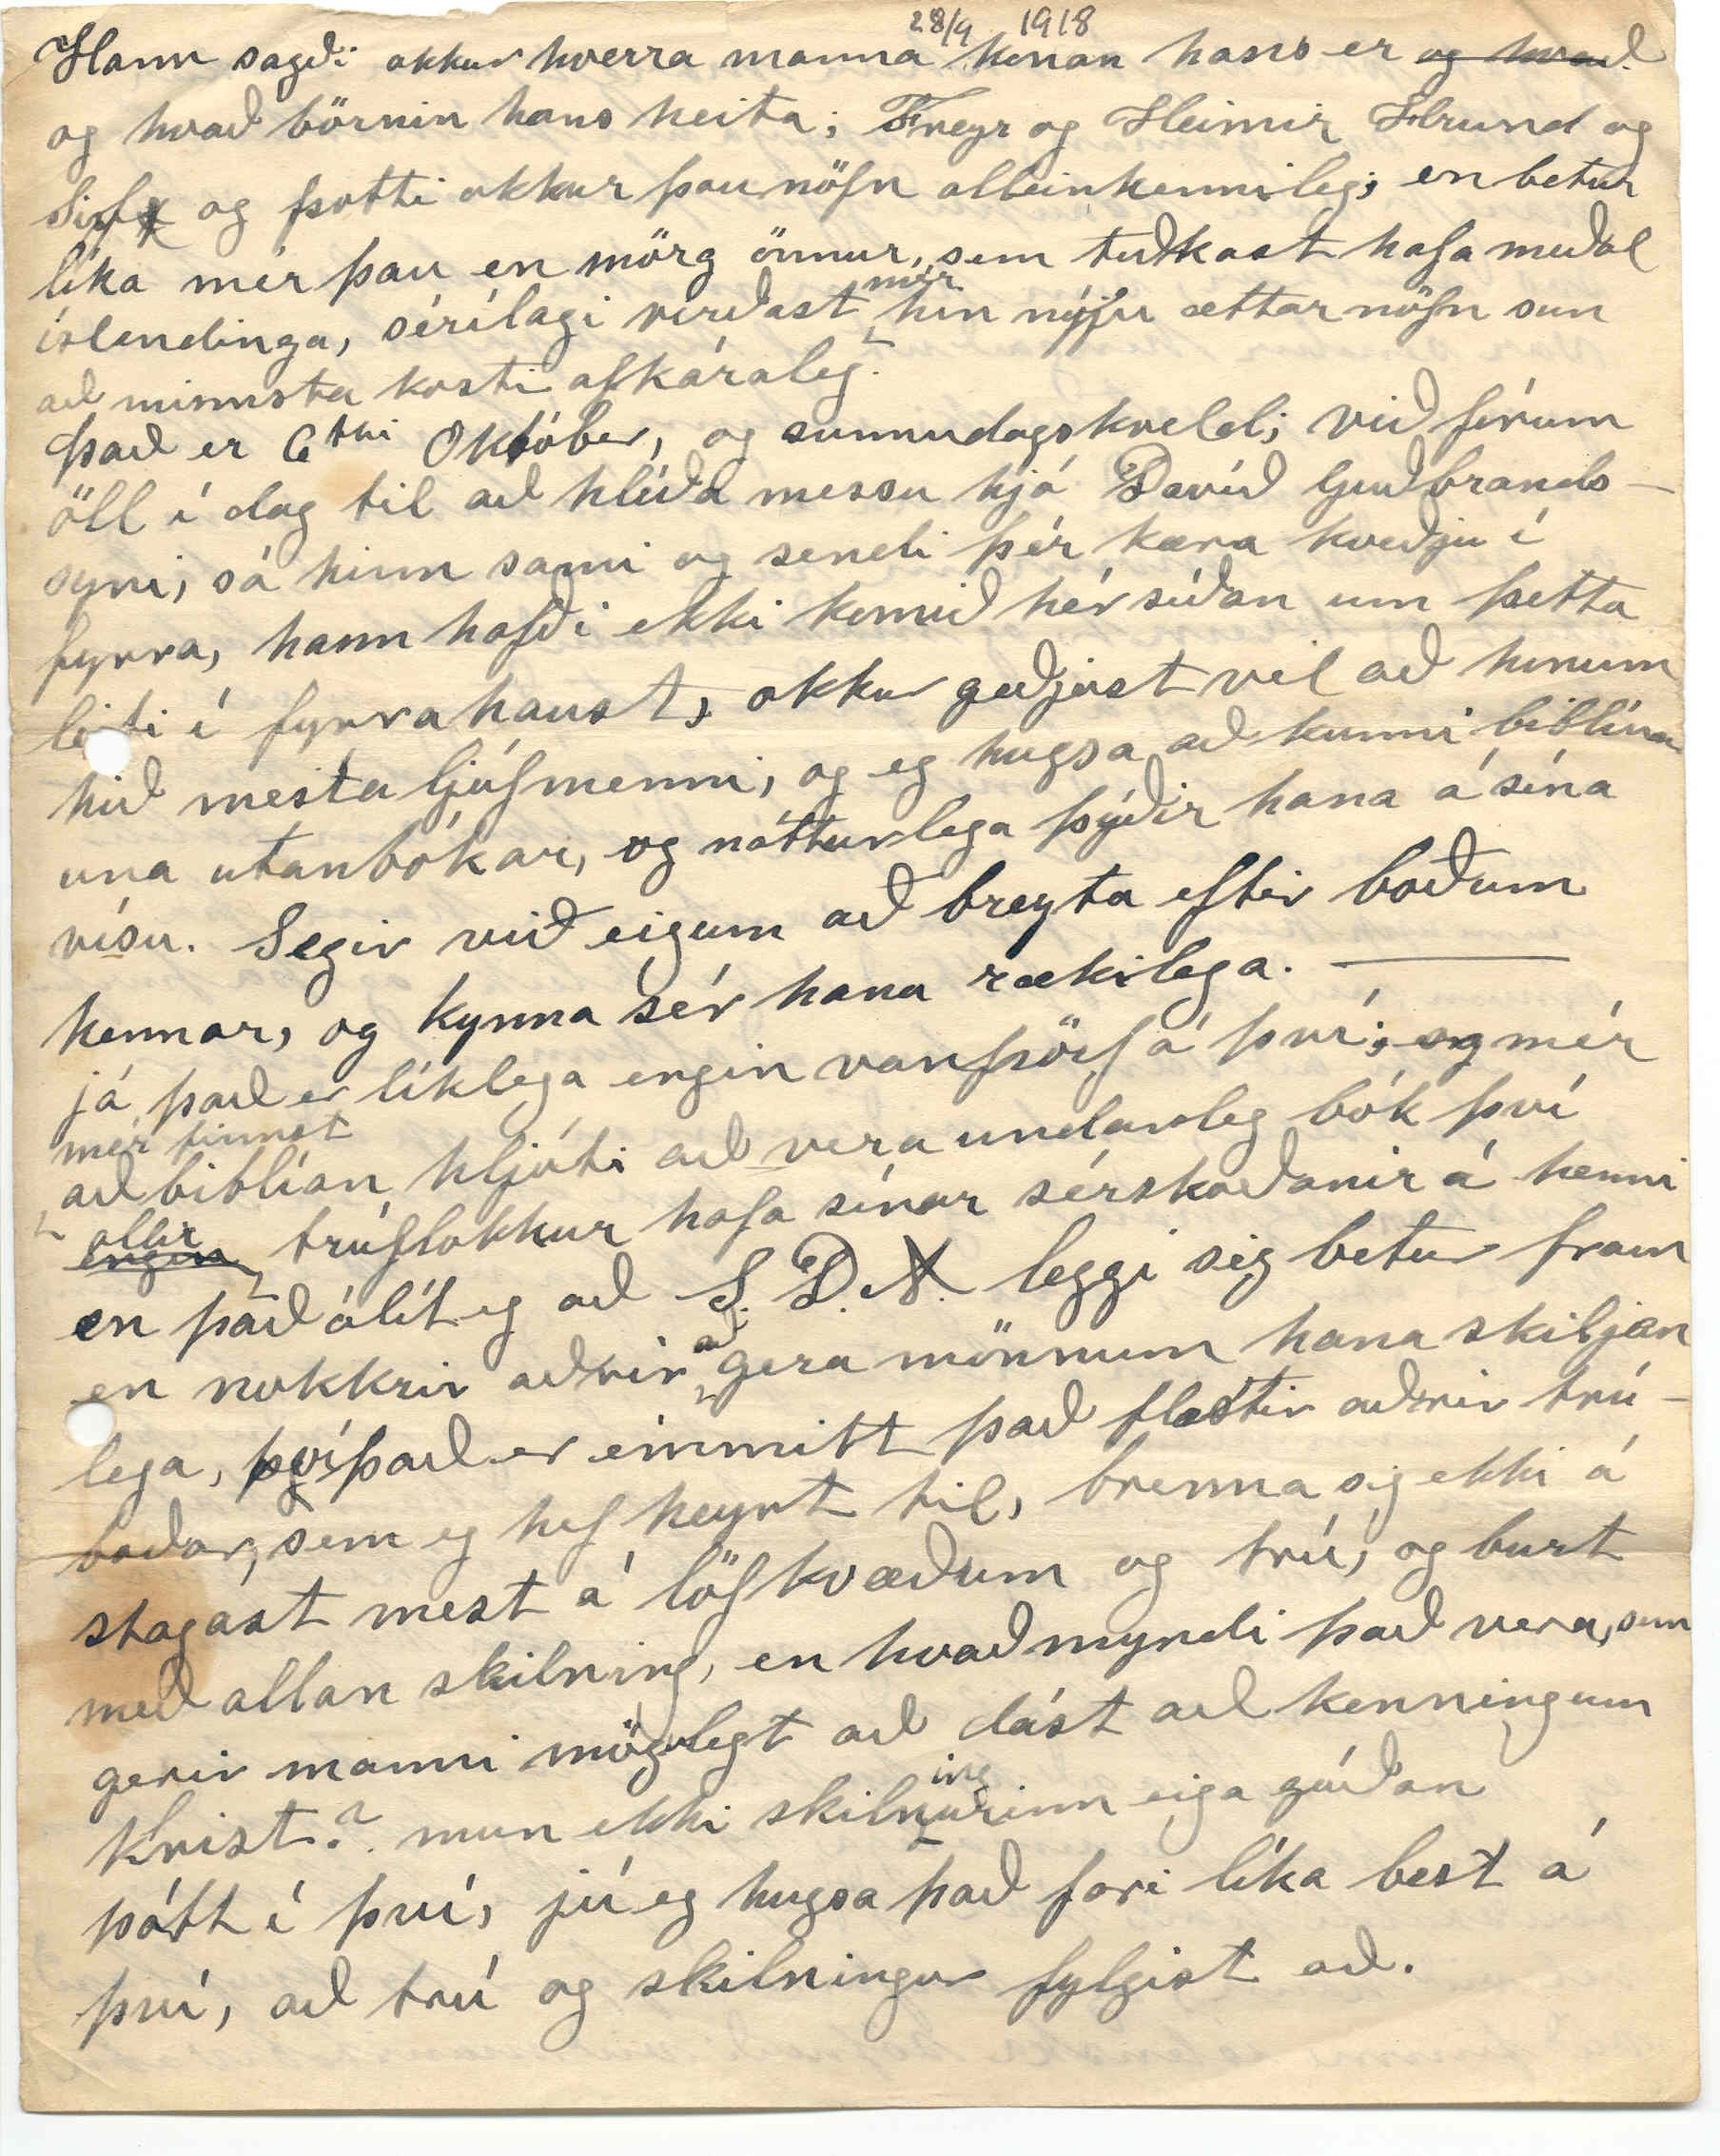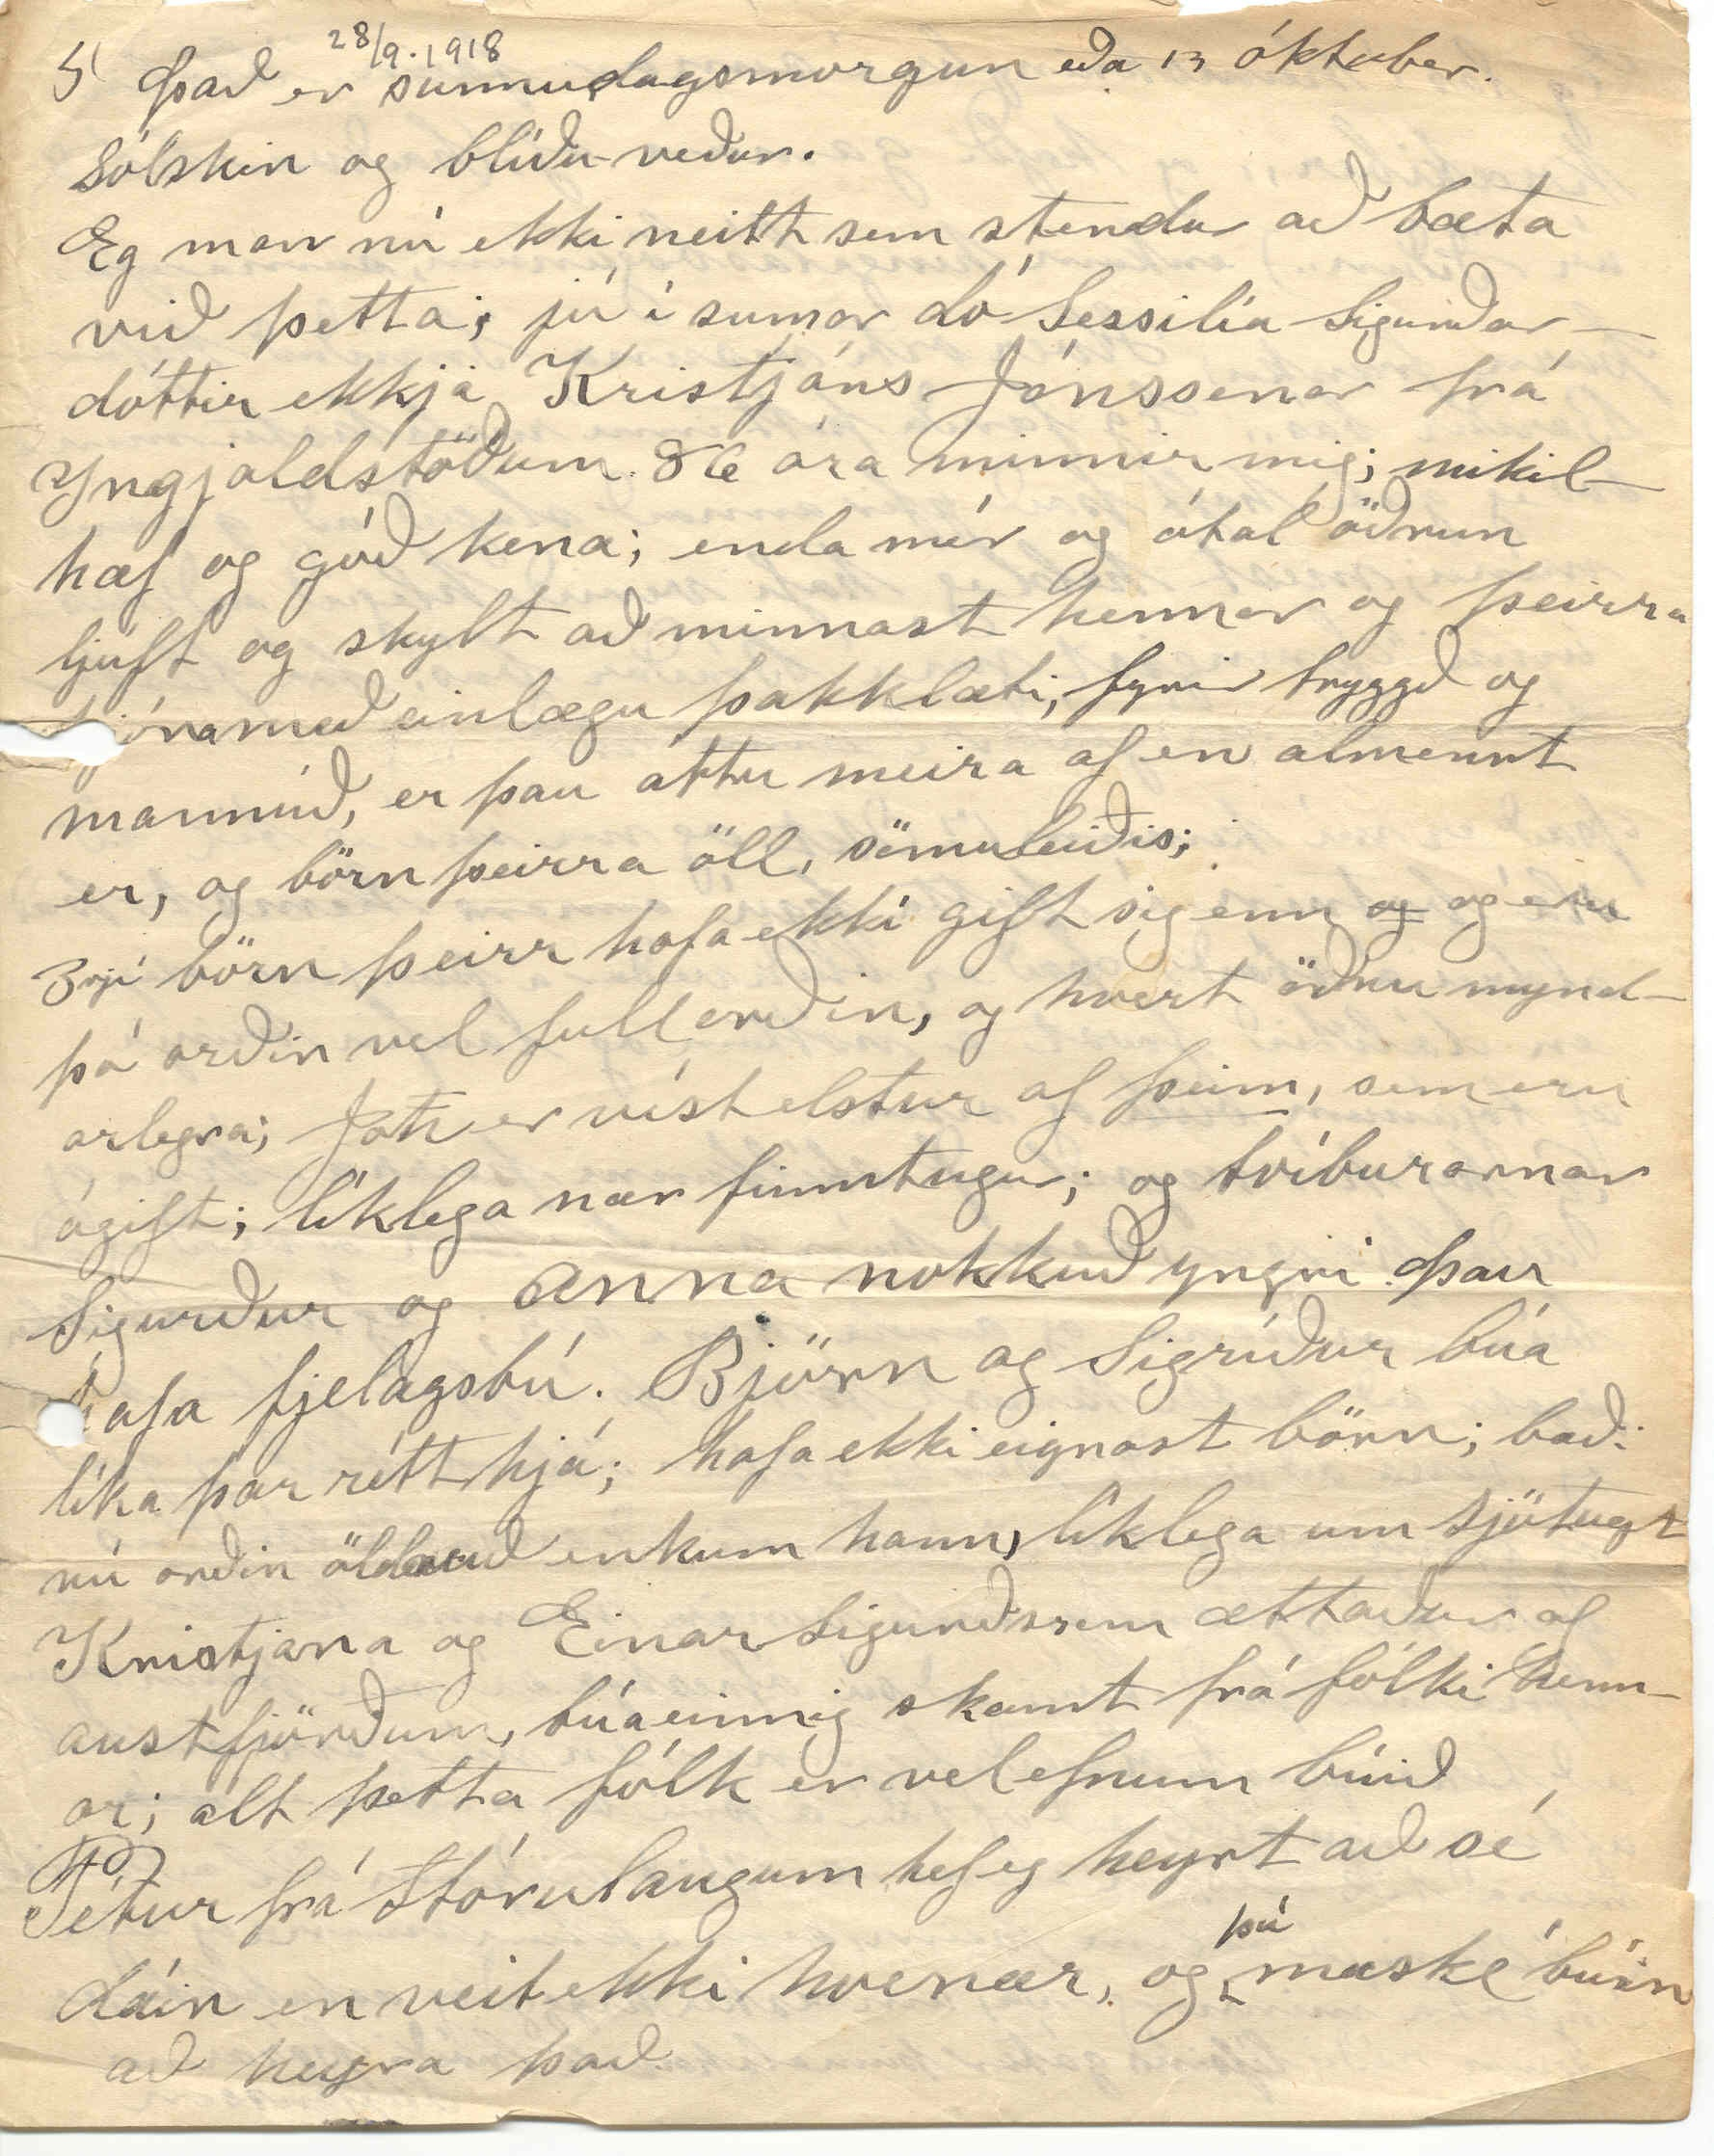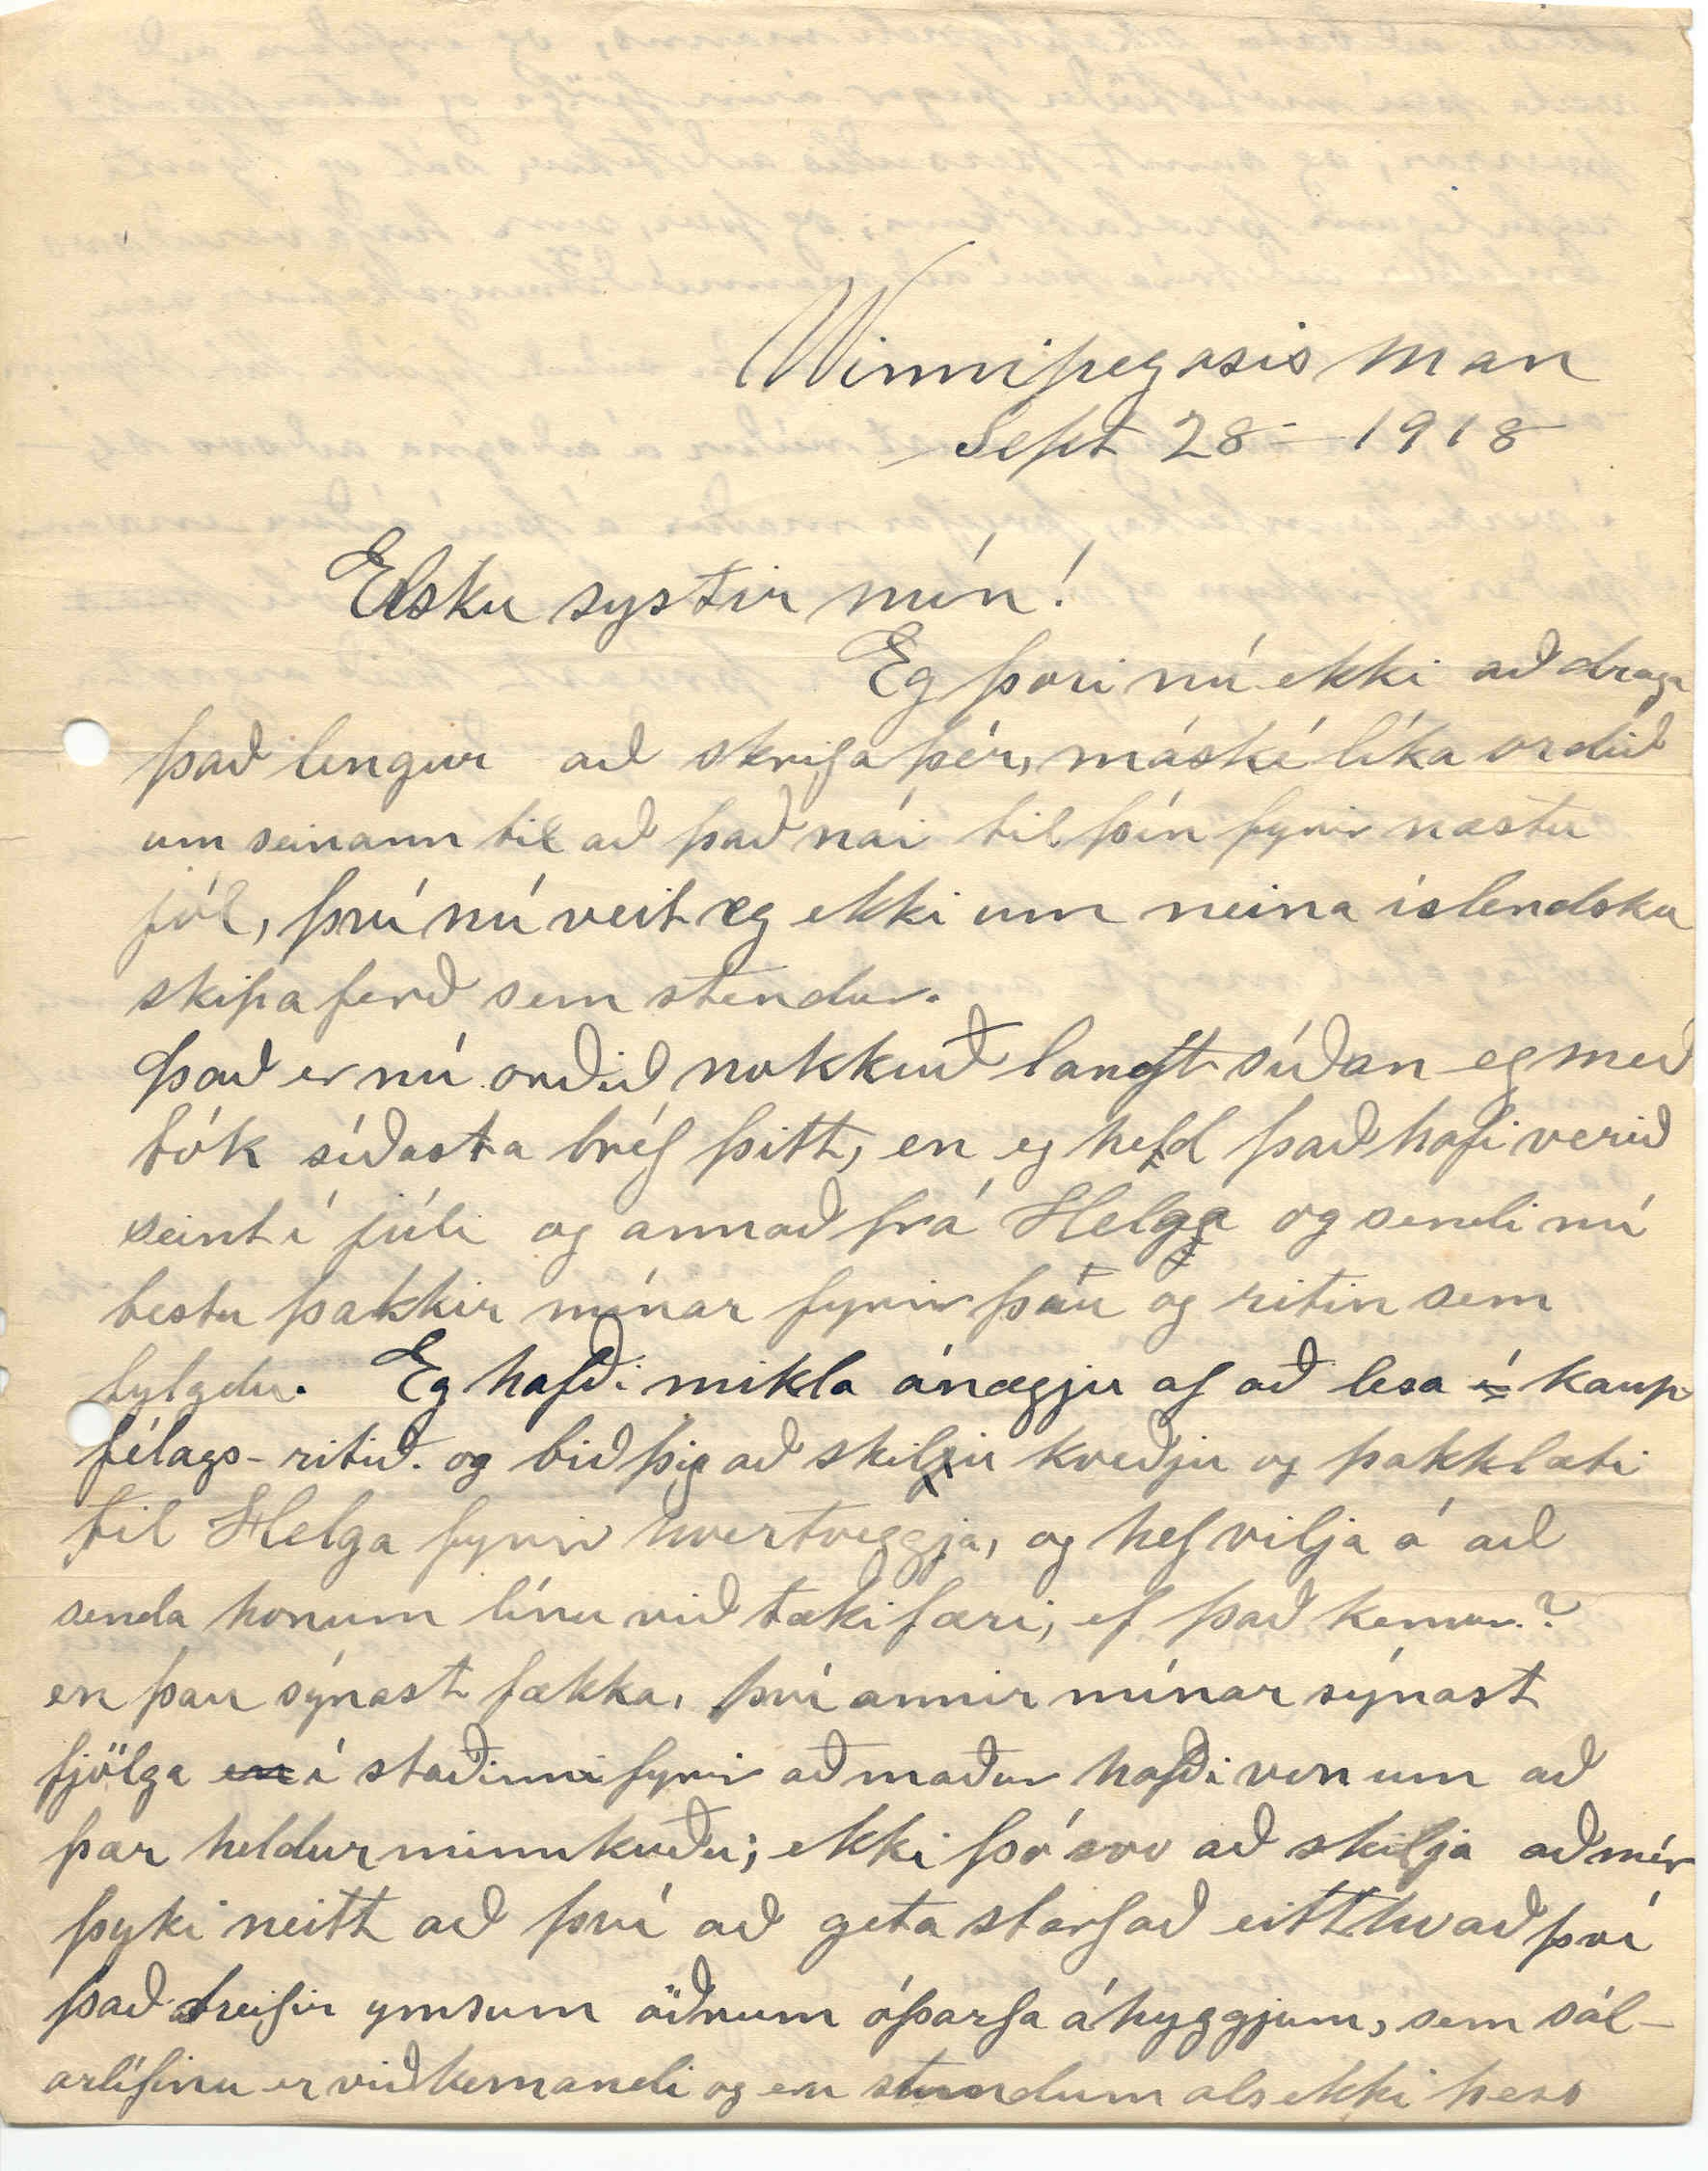

Winnipegosis man
Sept 28 1918
Elsku systir mín!
Eg þori nú ekki að draga það lengur að skrifa þér, máské líka orðið um seinann til að það nái til þín fyrir næstu jól, því nú veit eg ekki um neina íslendska skipa ferð sem stendur.
Það er nú orðið nokkuð langt síðan eg meðtók síðasta bréf þitt, en eg held það hafi verið seint í júlí og annað frá Helg
j
a og sendi nú bestu þakkir mínar fyrir þau og ritin sem fylgdu. Eg hafði mikla ánægju af að lesa
í
kaupfélags-ritið. og bið þig að skil
j
a kveðju og þakklæti til Helga fyrir hvortveggja, og hef vilja á að senda honum línu við tækifæri, ef það kemur? en þau sýnast fækka, því annir mínar sýnast fjölga
en
í staðinn
i
fyrir að maður hafði von um að þær heldur minnkuðu; ekki þó svo að skilja að mér þyki neitt að því að geta starfað eitthvað því það dreifir ymsum öðrum óþarfa áhyggjum, sem sálarlífinu er viðkomandi og eru stundum als ekki þess
að álíta að hann væri að ljúga eða svikjast undan þegar þangað kom,
var hann
sáu þeir auðvitað
an
hann var ófær til als á meðan hann væri að gróa og létu hann fara til baka aftur, og var hann svo heima og undir læknishendi þar til seint í júlí að hann
fékk
skipun um að koma aftur og dvaldi þar þá í 3 vikur og var við heræfingar og var skoðaður fyrir alvöru, og settur í vissan flokk, sem maður veit ekki hvenær verður kallaður. líklega þó ekki fyrst um sinn og höfum því von um að fá að hafa hann heima í vetur en
sýnist að manni
manni sýnist veðurbreytingar séu svo
breytilegar
tíðar á þessum tímum að þó kyrt sé í dag, þá er kominn
heljar
stormur á morgun Þetta sumar hefur líka verið býsna kalt að meira en einu leiti. Þurt og stormasamt víða framan af en og votviðrasamt þegar á leið og grasspretta víða rýr og sumstaðar sama sem engin; uppskera á ökrum mjög misjöfn í sumum stöðum betri þó enn í fyrra en víða verri og skemd af frostum, eins og reyndar er nokkuð vanalegt
er
hér í Canada í Bandaríkjun er sögð heldur góð uppskera enkum hveiti
Okkur hefur gengið mjög seint að heyja; lukum ekki við að heyja fyrr en í gær. (en í fyrra vorum við búnir í lok águst) og stafaði það nokkuð af því að Stephán minn var í burtu í 3 vikur af besta heyskapartímanum eins og áður er sagt.
Nafna þín og maður
hennar
voru hér hjá okkur yfir ágúst og börnin þeirra 3.
O
aðalbjörg og maður hennar fluttu í
vor
aftur til minnisóta snemma
en það fékkst ekki og í apríl fékk hann tilkynning að koma til herstöðvanna í Winnipeg 7 maí! og þeirri skipun verður að hlíða og veit eg að ekki þarf að lýsa fyrir;
þér hvað
slíkur boðskapur er átakanlegur; eg ætla nú samt ekki að segja meira um það, sem stendur; en segja þér heldur um slys er kom fyrir hér 4 maí s.l. að 3
m
dögum áður en hann ætlaði að fara. að hann og Jóhann bróðir hans voru að saga eldivið með hringsög sem hreyfð er með gasmotor sem hefur 3ja hesta afl; Stephán stýrði söginni en Jóhann rétti að honum viðinn og þá var það að viðarbútur einn rann of langt eftir borðinu sem þeir eru fluttir eftir undir sögin
og
að sög náði að snerta aðra höndina á Stephani, stýfði framan af 2mur fingrum af hægri hendi; vísifingri og löngutöng rétt fyrir framan miðhnúa; þetta var um kl. hálf tíu að morgni. og 15 mílur til læknis
s
.
og
við bundum um það eftir mætti og svo var hann keyrður með eins miklum hraða og mögulegt var til læknis og var kominn þangað kl. halftólf eða eftir 2 tíma, og bar hann þetta alt með mestu karlmennsku en var þó mjög
mjög
máttfarinn því altaf blæddi nokkuð úr því þó það væri mest fyrst, og hrestinn hann svo að að 3m dög síðar lagði hann á stað
til
herstöðanna með þennan nýja áverka, því læknirinn sagði að hann yrði að fara því
að
annars kynnu herstjórarnir
í
vora
honum líkaði ekki eins vel hér
í
Canada Þau lifa nú í bænum minniota minn og líður vel enn eg held að aðalbjörg kunni þar ekki vel við sig; en
hann
hefur þar gott kaup og er góður verkmaður og eg held þau sé bæði efni í gott búfólk. samt þykir okkur þau enn heldur gjörn á skifta um bústaði; eða hafi enn ekki; tileinkað sér, spakmælið; sem segir. ” Vertu kyr- við runnan þinn„
Helga og maður hennar byggðu sér gott hús í vor í bænum Winnipegosis og búa þar; þar gistum við þegar við forum í kaupstaðinn Þau eiga 2 börn; stúlku, sem heitir Ólína Stefanía og dreng; sem heiti Númi, þeim líður vel hann lista smiður og hún held eg ætti að verða eins og pabbi hennar sagði um hana einusinni bæði gamni og alvöru þetta.
Víst er Helga væn og
og
stór.
Verður rausnarkona;
að hana kreppi aldrei skór
ætla eg að vona.
Líkt þessu gerði eg einusinni þegar allur hópurinn var heima fyrir svo sem 10 árum; eða eina vísu á hvert nef, en hvort þú heldur að
vitið
hafi þá verið meira en í ”níu staði als„?
Eins og stendur eru nú 6 börnin heima líka er núna hjá okkur skólakennarinn okkar, og verður hér þangað til í desember að skólatímin endar. það er stúlka rúmlega 22ja ára Heitir Kristín Brynjólfsdóttir
frá Gimli í Nýja íslandi; fædd þar og alin upp og eg held hún sé af sunnlenskum ættum hún er góður kennari og okkur líka mæta vel vel við hana. Skólinn byrjaði fyrsta Sept. Bara Arnína og Björn ganga nú á hann frá okkur Jóhann varð að hætt í vor af því að Stephan átti að
að
fara í herinn en Kristjana ætlar ekki að ganga á skóla aftur fyrr en í vor og ætlar þá reyna að taka próf og ljúka við þær grinar sem kendar eru í barnaskólum og þá höfum við verið að hugsa um að koma henni á hærri skóla næst
að v000i
hvað sem verður.
Jóhann og Stjana ætla að verða fyrripartin í vetur með Helgu og manni hennar norður á vatni við fiskiveiðar en Stephan og Stína verða heima að hjalpa við að sjá
og
um heimilið og skepnurnar, við búumst við að
hafa
milli fimmtíu og Sextíu gripi á fóðrum í vetur 14 kindur og 5 hesta keyptum 2 hesta í sumar sem kostaði okkur
50
555 dollara með
ak
tíum, það
er
dýrt en þeir eru á þriðja og fjórða ári og stórir vigta 24 hundruð pund.
Eg ætla svo ekki að ræða meira við þig um búskapinn núna þarf líka að
mitt
minnast á eitt atriði en, að í byrjun maí kom til okkar Adam Þorgrímsson frá Nesi var hjá okkur eina nótt, og þá var nú spurt máttu trúa, því það eru ekki nema um fimm ár síðan hann kom að heiman.
og gat því sagt okkur margt, sem okkur þótti svo gaman, að spyrja um þó nátturlega margt væri hlaupið yfir því tíminn var svo stuttur, sem hann mátti dvelja hér var sendur hingað út af kyrkjufelaginu að gera yms prestverk; enkum í bænum Winnpegosis; hér messaði hanna í skólahúsin 5 maí og geðjaðist mönnum ræða hanns vel, talar skírt og hreint og móðurmálið okkar lætur honum vel, og á þar góðann stuðning, og sem okkur hér, er svo mikil þörf á, enda hrörnar hún, sem eðlilegt er, því þó okkur, sem
f
aldir erum upp heima, þyki vænt um hana, þá sýnum við það of lítið í virkleika og þá þurfum við ekki að vænta þess að afkomendur okkar geri það betur, enda við ramman reyp að draga Enskan - lögmálið, og áhugaleysi okkar; en svo er þetta úturdúr; eins og þú líklega
veits
er Adam Þorgrms. bráðum útlærður guðfræðingur á eftir bara einn vetur á prestaskóla og verður
þá
vigður næsta sumar. Eg hugsa að hann hafi ekki verið vel ánægður hér fyrst, ekki heyrði eg hann þó kvarta neitt en víst
ekki
hefur hann skort fé eins og fl til að halda áfram mámi og eg heyrði nýlega að kyrkjufélagið íslenska hér styrkti hann peningalega og því eg hygg að hann verðskuldi það, því eg
hef
heyrt fólki félli mjög vel við hann, og starfar nú fyrir kyrkjufelagið við fimm íslenska söfnuði við manitobavatn
Hann sagði okkur hverra manna konan hans er
og hvað
og hvað börnin hans heita; Freyr og Heimir Hrund og Sif
0
og þotti okkur þau nöfn alleinkennileg; en betur líka mér þau en mörg önnur, sem tiðkast hafa meðal íslendinga, sérílagi virðast
mér
hin nýju ættarnöfn sun að minnsta kosti afkáraleg.
Það er 6
tti
Október, og sunnudagskveld; við fórum öll í dag til að hlíða messu hjá Davíð Guðbrandssyni, sá hinn sami og sendi þér kæra kveðju í fyrra, hann hafði ekki komið hér síðan um þetta
leiti
í fyrrahaust, okkur geðjast vel að honum hið mesta ljúfmenni, og eg hugsa að kunni biblíuna utanbókar, og nátturlega þýðir hana á sína vísu. Segir við eigum að breyta eftir boðum hennar, og kynna sér hana rækilega.
já það er líklega engin vanþörf á því; og mér
mér finnst
að biblían hljóti að vera undarleg bók því
engin
allir trúflokkur hafa sínar sérskoðanir á henni en það álít eg að S. D. A. leggi sig betur fram en nokkrir aðrir
að
gera mönnum hana skiljanlega, því það er einmitt það flestir aðrir trúboðar, sem eg hef heyrt til, brenna sig ekki á stagast mest á löfkvæðum og trú, og burt með allan skilning, en hvað myndi það vera, sem gerir manni mögulegt að dást að kenningum krist? mun ekki skiln
ing
urinn eiga góðan þátt í því, jú eg hugsa það fari líka best á því, að trú og skilningur fylgist að.
Það er sunnudagsmorgun eða 13 óktober. Sólskin og blíðu veður.
Eg man nú ekki neitt sem stendur að bæta við þetta; jú í sumar dó Sessilía Sigurðardóttir ekkja Kristjáns Jónssonar frá Ingjaldstöðum. 86 ára minnir mig; mikilhæf og góð kona; enda mér og ótal öðrum ljúft og skylt að minnast hennar og þeirra
hjóna
með einlægu þakklæti, fyrir tryggð og mannúð, er þau áttu meira af en almennt er, og börn þeirra öll, sömuleiðis;
3rjú börn þeirr hafa ekki gift sig enn
og
og eru þó orðin vel fullorðin, og hvert öðru myndarlegra;
Jon
er víst elstur af
þeim
, sem eru ógift; líklega nær fimmtugur; og tvíburarnar Sigurður og anna nokkuð yngri. Þau hafa fjelagsbú. Björn og Sigríður búa líka þar rétt hjá; hafa ekki eignast börn; bæði nú orðin öldruð enkum hann, líklega um sjötugt Kristjana og Einar Sigurðsson ættaður af austfjörðum, búa einnig skamt frá fólki hennar; alt þetta fólk er vel efnum búið Pétur frá Stórulaugum hef eg heyrt að sé dáin en veit ekki hvenær, og
þú
maské búin að heyra það.
Eg las í Heimskringlu í sumar faein ”Stolin krækiber„ og hafði gaman af; (það var tekið úr ”Iðun„) enkum hengilásbögunum; sumar eftir Þuru frænku. Hver orti vísuna ”Smíðað hefur Bárður bás„ Eg færða þett inní ruslakistu mína svo eg gæti haft það yfir annað slagið að gamni mínu; mest held eg hafi verið hlegið að vísunni ”Þrengist nú í Bárðar bás; þó flestar hinar
séu
nú góðar í sinni röð.
Það er nú kominn 17 Okt. og nú má eg til að slá botnin í þetta því annars kemst það aldrei á stað, Það er blíðu veður á hverjum degi en dálítið frost á nóttum og laufin hrinja af trjánum bleik og visin
Eg hef hér mynd af stúlkunni þeirra Árna og aðalbjargar, sem hún sendir þér og verð eg að búa um hana og senda hana sér; eg vona elsku systir að þetti komist
f
til þín fyrir jólin sem eg vona að verði þér og ykkur öllum blíð og
góð
og sannarlega væri óskandi að endalok stríðsins yrðu þá sjáanleg, enda vonir manna heldur að lifna með það nú; að sú ófreskja sé nú í þann vegin að taka fyrstu dauðategjurnar, en nú er svo mikil afturgöngu öld að of trú á því sem öðru er
mé0
meira til ills; en annars. Við biðjum öll að heilsa öllum; já öllum þeim, sem okkur muna og eiga í hjarta minninguna, um æskuhryggð og æskuhlátur, er
enginn
réði lífsins gátur þinn elskandi bróðir Þórarinn Steffánsson